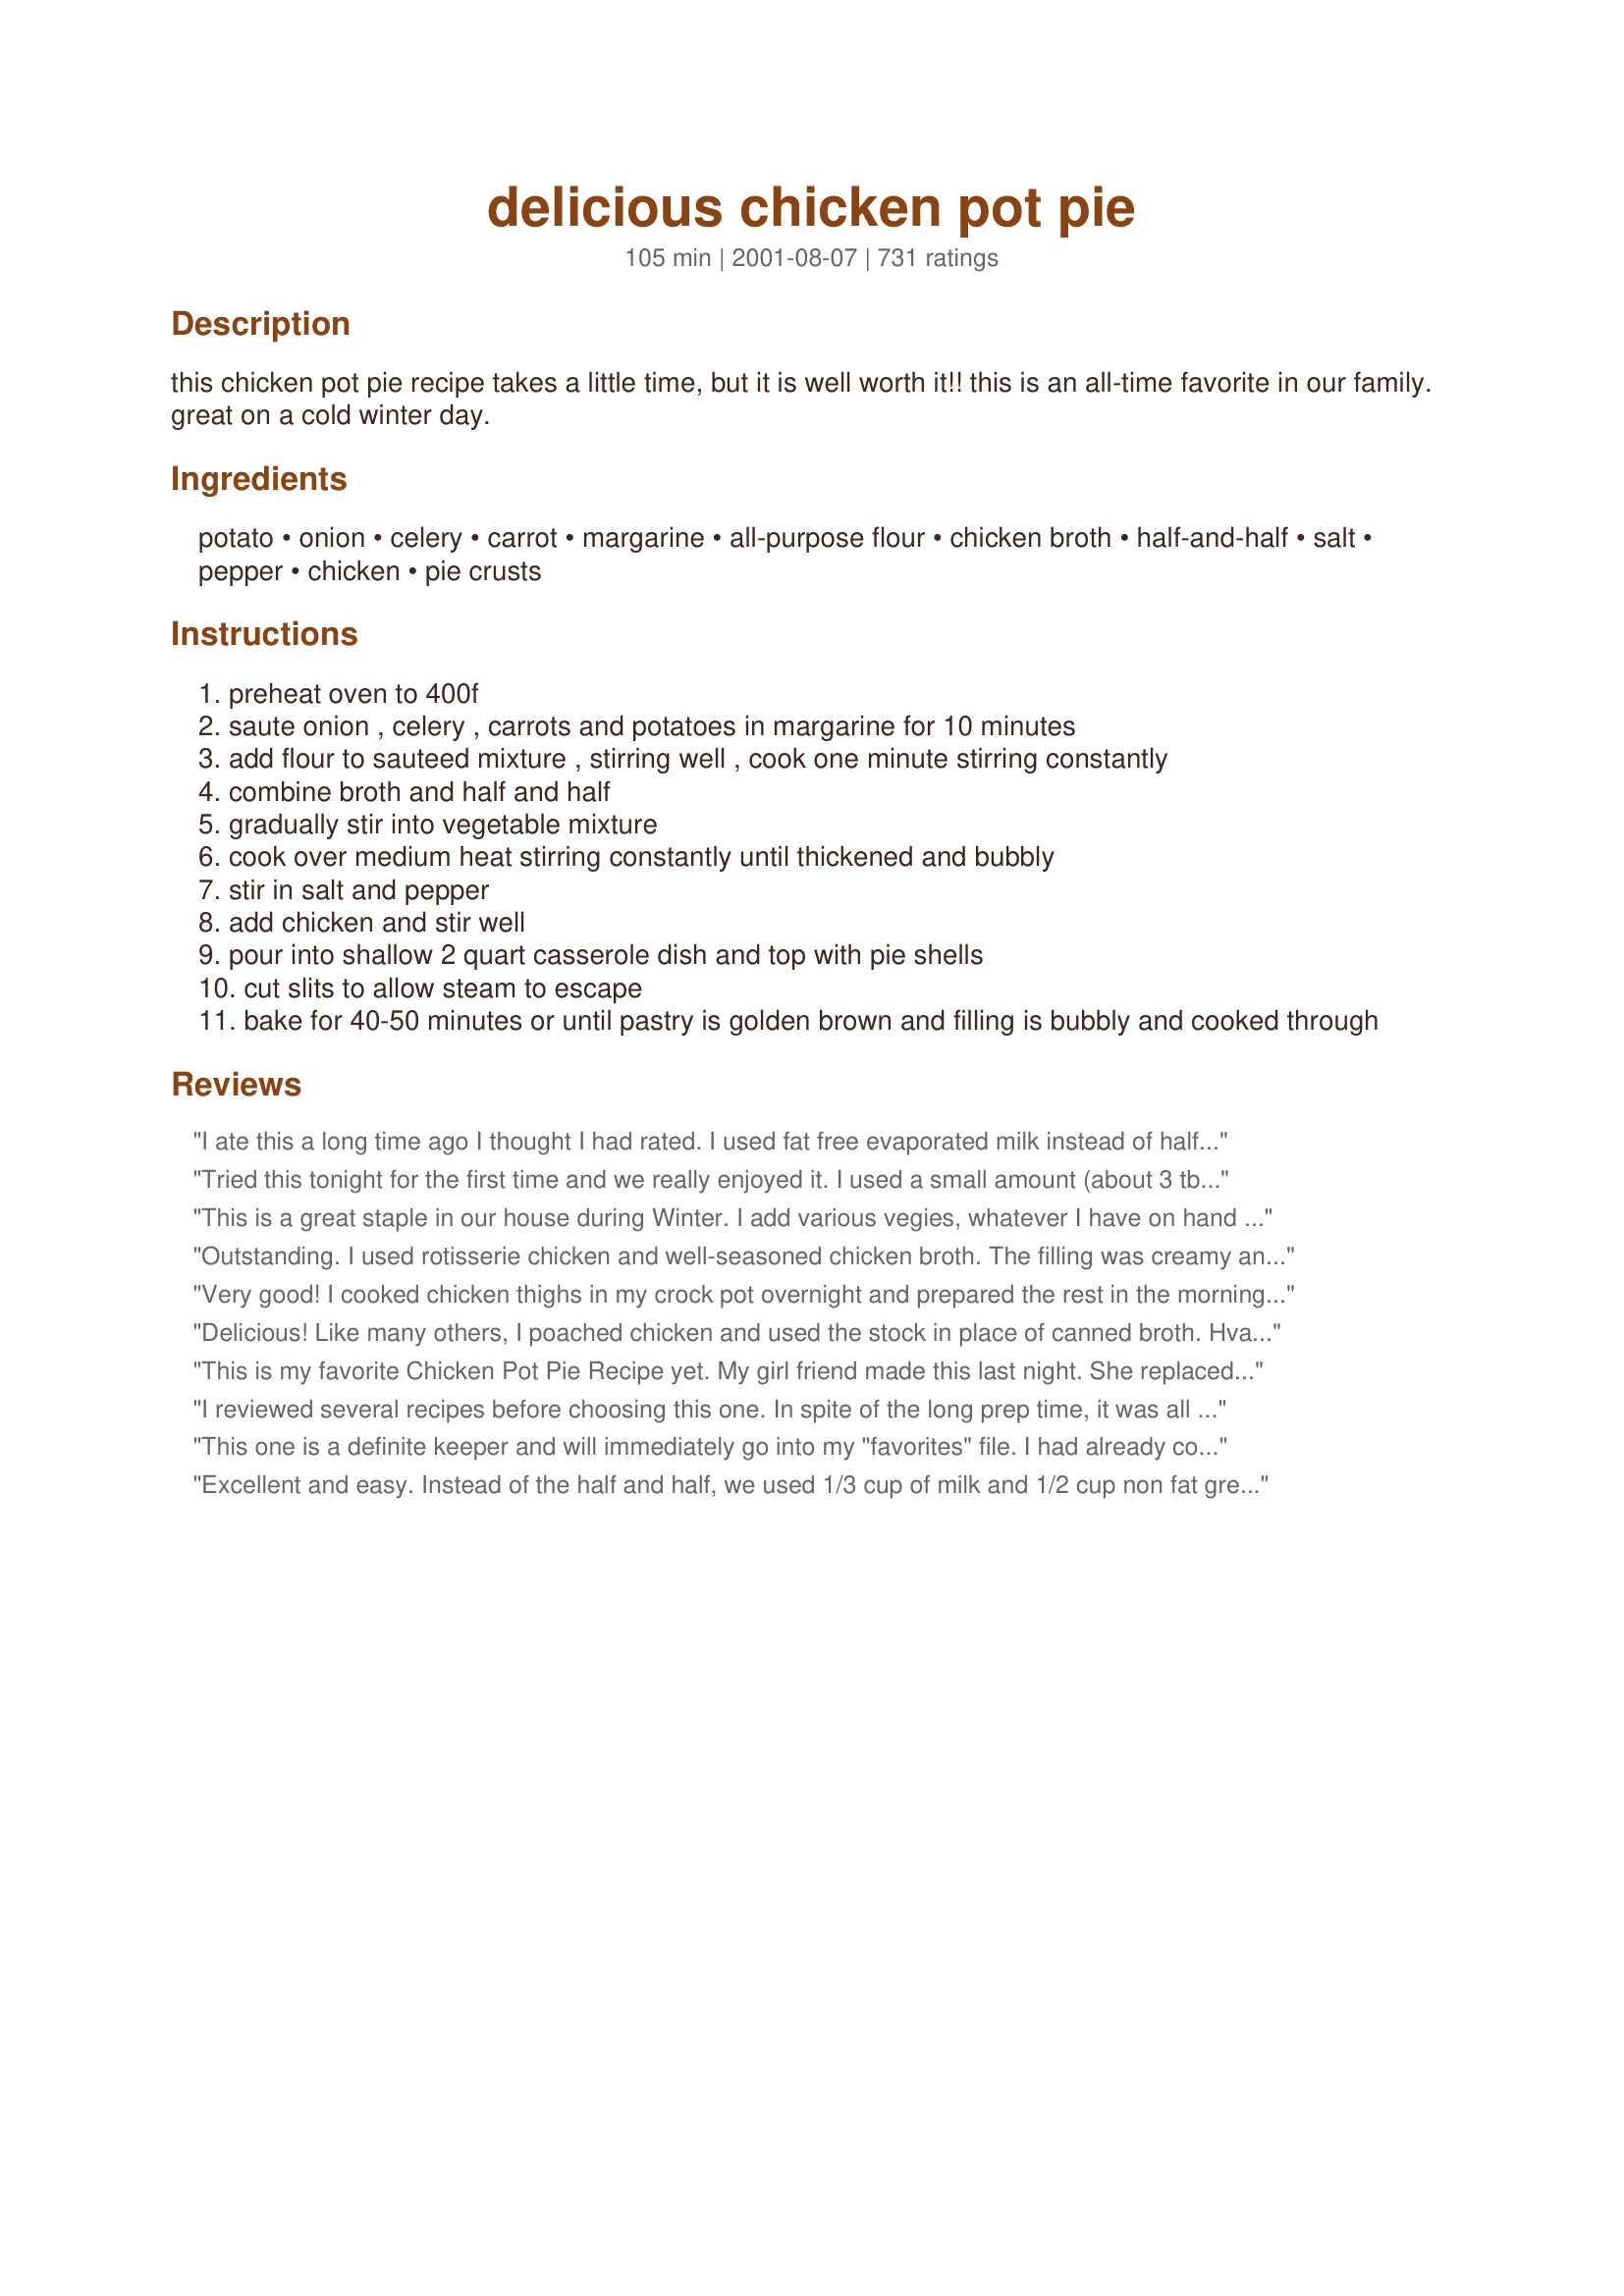
delicious chicken pot pie
Preparation time: 105 minutes

this chicken pot pie recipe takes a little time, but it is well worth it!! this is an all-time favorite in our family. great on a cold winter day.

Ingredients:
potato, onion, celery, carrot, margarine, all-purpose flour, chicken broth, half-and-half, salt, pepper, chicken, pie crusts

Steps:
preheat oven to 400f
saute onion , celery , carrots and potatoes in margarine for 10 minutes
add flour to sauteed mixture , stirring well , cook one minute stirring constantly
combine broth and half and half
gradually stir into vegetable mixture
cook over medium heat stirring constantly until thickened and bubbly
stir in salt and pepper
add chicken and stir well
pour into shallow 2 quart casserole dish and top with pie shells
cut slits to allow steam to escape
bake for 40-50 minutes or until pastry is golden brown and filling is bubbly and cooked through

Reviews:
I ate this a long time ago I thought I had rated. I used fat free evaporated milk instead of half and half. 1/2 the chicken , and added garlic, thyme and marjoram It is very good but I had to cut fat content because of my gall bladder.
Tried this tonight for the first time and we really enjoyed it. I used a small amount (about 3 tblsps I think) of canola oil instead of margarine and fat free evaporated milk instead of cream. I also added a sprinkling of oregano, basil and garlic powder. I bought a package of frozen puff pastry and used that on top. Will definitely make again.
This is a great staple in our house during Winter. I add various vegies, whatever I have on hand at the time. I usually make the filling and we eat that with rice, then with the leftovers I'll either make a pie or add a bit of peanut butter, soy sauce, sweet chili sauce, curry powder, and coconut cream to make it into a creamy chicken satay. Very versatile and lovely! Thanks for sharing!
Outstanding. I used rotisserie chicken and well-seasoned chicken broth. The filling was creamy and nothing but delicious. This was much easier to make than my gran&#039;s recipe and tastes just as good (maybe better). My fam and I love comfort food and I will definitely make this again. Thanks for sharing this recipe.
Very good! I cooked chicken thighs in my crock pot overnight and prepared the rest in the morning. Having grown up on Swanson's chicken pot pies I craved that creamy filling. I couldn't resist the temptation to add half a can of cream of chicken soup. It's tasty either way but I just was having one of those childhood memory moments:) The family loved it.
Delicious! Like many others, I poached chicken and used the stock in place of canned broth. Hvae made this for company & gotten rave reviews. Thanks for sharing!
This is my favorite Chicken Pot Pie Recipe yet. My girl friend made this last night. She replaced the Onions and Celery with Broccoli and Sweet Corn. This was absolutely delicious â€“ as the name promises.
I reviewed several recipes before choosing this one. In spite of the long prep time, it was all worth it. I used shallots sliced very thin, and no potatoes since I didn&#039;t have any. I added fresh rosemary which added a lovely, savory flavor. It was absolutely scrumptious and photo worth!
This one is a definite keeper and will immediately go into my "favorites" file. I had already cooked the chicken beforehand so putting this together was a snap. I added some frozen peas into the veggie mixture when cooking. This turned out perfectly...thanks!
Excellent and easy. Instead of the half and half, we used 1/3 cup of milk and 1/2 cup non fat greek plain yogurt, it was delicious. We also added mushrooms and frozen peas. We thought we had too much filling so left some out but when i do it again, I will go ahead and pack it on .. Definitely a do-over! Looking forward to my leftovers at work tomorrow!
This was SO yummy! Perfect for a cold day. I boiled chicken with a couple of carrots, some onion and some celery while I was chopping & sauteing the rest of the veggies. I used that broth and it came out perfect! Hubby and I scarfed it down and can't wait for left overs tomorrow! Thanks Vincy!!
There is nothing else I can add to the above reviews. DH couldn't get over how good this was. Superb taste and texture. This will become a regular in our house! Thanx!
This was absolutely delicious. It really was not much bother to make. I left out the diced potatoes because I served it with mashed potatoes. I also added some frozen peas to it. Thanks for a great recipe.
Okay, this is a true keeper indeed. I was looking for a really good &quot;comfort food&quot; dish to take to my dear elderly neighbors (he&#039;s quite ill) and came across this. Oh! Just a warm big fat pie of love! The one change I made: subbing a diced sweet potato for the white potato. Don&#039;t laugh! I had to do it, or run to the store. And surprise: it was fabulous! I omitted the carrot, so the sweet potato gave the needed color, and the taste was wonderful. great recipe!
I have made this a handful of times in the past year and have been meaning to review it ever since. Each time I have made it, someone asks for the recipe. While it takes a bit of extra time, it isn't overly complicated. Anyone out there, wanting to try this, go ahead and give it a go! Fabulous!
Thanks for such a delicious recipe, I as other raters added peas & mushrooms - yum.
I though this recipe was great! I did add some basil and thyme which I saw in another persons review. My husband thought it smelled heavenly. I will definitely make this again.
This is our favorite zaar recipie! I have made this several times(about once a month for about a year now) We love to use a pre-marinaded chicken from the store, cooked up, and use the wonderful leftovers for this! I think my favorite variation is to add in 1cup of chopped fresh asparagus! Thanks for posting!!!!
Fantastic!!
This is the best pot pie I have tasted! Love it, Love it , Love it!
This is the best all natural chicken pot pie ever. Had to review it!! Even though I saw all of the great reviews I figured for me it wouldn't come out good. Thank God I was wrong. Delicious! I substituted the fresh carrots and peas for a assorted veggie frozen bag. Still was great!
Made as written except a few more potatoes. Very good, added to the keeper list. Only baked about 18 minutes until refrigerated crust was done. Thanks :)
For the most part it turned out great. Next time I'll cut back on the salt and add a pinch of cayanne pepper.
The pot pie turned out GREAT! This is the best recipe I have come across in a long time! I added more potatoes and carrots than called for and I also added frozen peas. It was soooooo good! This will go in my permanent file.
Loved it! We followed the recipe exactly and wouldn't change a thing. Thanks for posting this!
Very, very good. I found it extremely easy to prepare and the taste was wonderful. I will be making this on a regular basis since my kids actually cleared their plates. Thanks for posting.
I was looking for a recipe that didn't have canned cream soup in it, which I don't care for. This is a great recipe, I've made it numerous times. I do now add a few extra seasonings for our taste, but it's a perfect base recipe that you can add what you like, and what you have on hand.
HOLY CANNOLI THIS IS GOOD!! I followed the recipe exactly except I substituted butter for marg, and added some more spices like garlic powder, thyme, marjoram and rosemary. I also added a cup of leftover canned peas and a cup of canned corn. I used two huge chicken breasts that I simmered in chix broth and bay leaf for an hour. I used boxed pie crust mix and glazed it with a beaten egg before baking. PHENOMENAL!!!! I'm eating some leftovers right now. Thank you tons!
Wow. Just Wow. 

I saved some prep time by buying celery and carrots that were already prepared and by leaving the skins on the potatoes. Cut the prep time down to about 45 minutes.

I used a store bought crust because I had one that needed used.

This was my first chicken pot-pie but it won't be the last. Next time I am going to add peas and corn to the mix. 

Thank you!
I made this according to the directions, other than adding some savory and dried parsley when I added the chicken. I also used only 3/4 of the filling and a bottom and top crust in a 9" pie pan. I'll use the other 1/4 with some biscuits or something another night!
It was really very tasty - one of the best pot pies I've ever had. I added extra potatoes, so it was a little on the dry side. Next time I'll add more milk and broth so it's creamier.
All in all, a very solid recipe. Thanks!
I was craving chicken pot pie last night and made this recipe. I shredded a rotisserie chicken and used pre-made pie sheets. I followed the recipe exactly with the addition of a little garlic powder and it turned out magnificent! It was enough to fill two pies. I ate one last night and froze the other. I will definitely be making this again!
This is an excellent recipe. I cut the fat a bit by using liquid butter buds in place of the margarine and milk instead of half and half. Still great! Thanks for posting.
The only thing that I can complain about is that now I have to make this instead of buying from the store. It seems we have to have these in the freezer at all times! They are truly DELICIOUS! I have made the smaller versions, larger pies and frozen the filling to thaw and make when requested which is often!
Wow! I've tried a bunch of recipes here on the zaar, but this is far and away the best thus far. I stuck to the recipe exactly and I'm so glad I did! I used three chicken breasts that I baked before hand and chopped up on the cutting board. This was perfect. In all the food I've reviewed on this site, I've been pretty stingy -- this is the first time I've rated anything a 5! Thanks for this amazing pot pie recipe, Vincy! This definitely goes in the keeper category!
This is such a great recipe! I halved the recipe, putting it in an 8x8" pan, and I baked it for about a half an hour. I also made my own crust and it was absolutely delicious! Thanks for the wonderful recipe!
Great recipes. I liked it because it had vegetables in it my kids would eat. It was gone within minutes. It&#039;s a keeper.
I had never made a Chicken Pot Pie and chose this recipe to use as my first. This was absolutely wonderful with excellent flavor. I cooked the chicken on the George Foreman Grill. I used a boxed pie crust mix, and it was prepared before too long. DH loved it and was happy there were left overs. Thanks for sharing this great recipe.
WOW! This was so easy and good. I changed the servings to 4 using the calculator, which made one very full deep dish pie plate full. I used frozen corn, beans & carrots and added a can of mushrooms. Threw in from thawed turkey leftover from Thanksgiving and it was done. My husband called it one of my "best" new recipes this year and a definite keeper.
Excellent recipe!
I didn't have carrots, but instead I added mushrooms and green beans. Turned out awesome. Thank you.
I have made this chicken pie twice now and it is absolutely fabulous. My sister, who is a gourmet cook is coming in to visit me in October and I will be sure making it for her. I am sure this will be one of her favorite recipes.
This was my first time making chicken pot pie and it was delicious! I made it for my husband who couldn't get enough of it. I usually don't really like pot pie, but even I really enjoyed this one. Definitely great comfort food! Thank you for sharing this recipe.
I used frozen peas and carrot mix for the veggies. What a great pot pie! This will be made many more times because my whole family really loved it!
My kids loved this! It was relatively easy, I've had more time consuming recipes, so I loved it.
This was sooooo good! I'm not a fan of celery so I used green peas instead. I also used butter instead of margarine. I will definitely be making this again!
Yummy!
I have just made this recipe for probably the tenth time (not in a row) ;) This is by far one of my favorites. This was my very first and last Chicken Pot Pie recipe. It is amazing!! My husband is pretty picky when it comes to eating veggies, but he definitely likes this one. The prep and cook time are a little much...but trust me.. you WILL NOT be dissapointed. Going off of other reviews, I agree that there is a lot of liquid, but we prefer a messy and oozy Chicken Pot Pie :D I often add a bit extra of each veggie and some extra chicken and that usually evens out the consistency. Oh, and the one change that I made to the recipe is to use one pie crust on top, and one on bottom. I will be using this recipe for years and years and years to come. Thank you Vincy Bramblett for sharing!! :D Definitely give this recipe a try, it will be worth it!!!
WOW!!!!!! This is the best chicken pot pie DH and I have ever had. I love that it doesn't use a can of cream of chicken soup!! I did leave out the onion. I froze half the filling for another night since it's just the two of us. Great recipe!! Thanks for a keeper! I'm telling everyone about it too!
Wow. I have to admit, I was a little skeptical, because we only keep skim milk in the house, but the mixture thickened up beautifully! I also boiled the chicken with some seasonings and used that as the broth. It is still in the oven, but I tried the mixture before I put it in the pie crusts and mmmmmmm. Very Yummy~
This is fantastic! I only wish I'd doubled the recipe because it got eaten so quickly. Thanks!
Very good. My picky son said, " This is really good!" with a surprised tone. I doubled the recipe and used a roll out dough for the top. It didn't have to cook the 40 minutes (everything is cooked before its put in) so I just cooked it for 20 minutes at 450 to get the pie crust done. Definitely sticks to the ribs and is a keeper!
This was the best pot pie I ever made. Thank you.
Excellent recipe- I omitted the celery (did not have any) and added frozen peas. I also topped it off with 1 sheet of thawed puff pastry over the top instead of the pie crusts. I will make this again and have shared it with others. Thanks
Fabulously creamy and good! I used about 1 1/2 cups of all the chopped vegetables and added more salt and pepper. The whole family loved it and I felt proud to serve this dish. Thank you for a winner dinner :)
Delicious!! I added some peas and mushrooms, used milk in place of the half and half, and put one crust on the bottom and one on the top. It turned out beautifully! Thanks for posting.
This was SO GOOD. I used a rotisserie chicken, added 1 cup of frozen peas, sauteed the veggies in olive oil instead of butter, and added poultry seasoning and McCormick garlic and herb chicken seasoning. It made way more than enough for a 2 qt casserole, so I put the rest of it in a loaf pan and used one pie crust for the casserole and one for the loaf pan. It is AMAZING. I think next time I'll use 1% milk instead of half and half just to be healthier...but it is delicious!!!!
this was very good! I used green beans, corn, carrots, and potatoes. I was to die for, I made twice the filling to freeze the second half to eat later in the month. My go to recipe for pot pie!
Excellent!
DELICIOUS!!! Made it tonight and wouldn't change a thing, DH said, Put this in the keeper list! Thanks for a great recipe!!!
Very good. I, personally needed a few fresh herbs and such so I added fresh thyme, a little garlic and some sherry. Otherwise, I followed the recipe as written. Oh, I also used latticed puff pastry instead of pie crust as I had it already in the freezer. Great comfort food on a cool spring evening.
I made this for the filling only,already had crust made from scratch and had it in the freezer. I tasted the filling before filling the glass pie pan and had a down home taste that reminded me of my grandmothers in Kentucky back in the 1960&#039;s.
Scrumptious and easy! I tried making a different chicken pot pie a few weeks ago and that one had nothing compared to this recipe. Just some alterations we used due to personal preference and convenience...We used one broccoli floret chopped up instead of potatoes and threw them in after we sautéed the other veggies. We didn't have half&half so used cream instead. (Obviously not as good for you, but tasted amazing in the pie.) We used a store bought rotisserie chicken and shredded it ourselves. And for the crust we used puff-pastry which was just amazing. We lightly brushed it with a beaten egg before placing in the oven. We cooked it for about 30 minutes and it was perfect, but this was probably because we used 2 smaller casserole dishes (oppose to one big one). Thanks for the the recipe!!
Not like this needs another review, but what the heck! This was SO GOOD! And I thought it was very simple to make. I followed the recipe to a tee, and it was perfection for everyone in my family. Next time I would omit the potatoes, increase the carrots and add green beans in place of the potatoes. It was delicious with the potatoes....just with the crust and the creamy roux sauce, it didn't seem to need the extra starch of the potatos. However, if you don't care about that....keep the potatos! Thanks for a great recipe!
I can't say anything that hasn't already been said. It IS delicious!

Thanks!
This was such an amazing dish! Because I needed to use them, I also added 1 cup of diced mushrooms and 1 cup of peas. I also used half butter and half olive oil. I boiled the chicken in chicken stock with a bay leaf, and then, after removing the bay leaf, used that for the 2 c. stock. I taste test throughout the cooking process, and decided it needed some additional flavor; just me I guess.
I added 1 tsp. origional Mrs. Dash, and 1 tsp. garlic powder. All the extra time is sooo worth it for this dish and I love that it uses all fresh ingredients rather than canned soups. This was a huge hit with the hubby and another couple; there was nothing left. Thanks so much for a wonderful recipe that I'll use over and over.
I made this for my sick husband...comfort food when he had a bad cold. I used my pie crust recipe, omitted the carrots (he hates carrots and since it was for him...), added some frozen green peas and I added 1/2 tsp poultry seasoning. I had leftover roasted chicken from the night before that I cubed and added. Best chicken pot pie I've ever made.
Thank you so much for sharing such an easy and delicious recipe! I made this in the evening for my in-laws and by the next morning there was nothing but crumbs in the dish! I added green beans and opted out of using onions and it still tasted great. - desifoodi
Kids loved this!
This was the most amazing Chicken Pie we've had!! After reading the previous reviews that it seemed a little on the bland side, I added a few things to perk up the flavour. Sauteed about 1 tsp of garlic paste with the vegetables, and added 1 tsp parsley, 1 tsp oregano, 1/4 tsp of paprika, 1/8 tsp of nutmeg and 1 tsp of chicken powder (added this one time, and left it out the second time..) . Also threw in some bell peppers and mushrooms. This went straight in my favorites folder!! I may try it with puff pastry also next time instead of pie crust.. just to experiment :) Thank you for an amazing recipe!!
I made this for dinner tonight and we loved it! I added peas and mushrooms to the recipe.
I usually make the Marie Callenders Pot Pie, but this one was even better tasting.
Thanks for sharing it!
SOO Yummy! This was so good and rich, will make again!
I made the delicious chicken pot pie #10744 it was the best we have EVER eaten. I made individual pies and had the shell done with the puff pastry as well as the top, it was fantastic even the shell was crispy, I did just as the receipe said and did not need to add more cheicken, I was so proud it turned out as fantastic as it did, thank you .
This is a 5 star receipe for sure.

Wendy
My DH really liked this! What I liked about it is you can probably put just about any veggies in there you like. I listened to others about cooking the chicken in the broth, and adding garlic and poultry seasoning, even still it was a bit bland(my own fault), but nice and hearty.
EXCELLENT! Best pot pie I've ever made. I left out the potato, just cause I didn't have any and used 2% milk instead of half and half. I also used the biscuit top recipe for it from recipe # 26846 instead of the pie shells.
Clearly a winner... I love any chicken pot pie recipe that does not call for store bought cream of chicken soup. I loved the creamy sauce with this recipe. I used all frozen veggies (corn, green beans, carrots, peas, celery and onion mix). The potatoes I used were whole potatoes in a can. I also used chopped dried parsley. Thanks for the recipe! Def' making again.
Had a craving for pot pie & I chose this recipe. Really fantastic! I did add some fresh thyme & rosemary, other than that followed to a t. I used puff pastry (top crust only) and it was perfect!! I generally hate the crust of pot pie so this was just the ticket. Thanks, Vincy - we enjoyed and will make again!!
This is by far a superior recipe for chicken pie than any other I have come across. It is also very versatile, almost any vegetable can be added to give slight variations each time it is made, I threw in a handful of chopped mushrooms. It is also a great way to use up leftover chicken after a sunday roast along with all those vegetables you aren't quite sure how to use up. Highly recommended.
Much, much better than any pot pie I have made with a can of cream of chicken. Really loved the creaminess and how thick it was. The only reason I gave it 4 stars instead of 5 is because it was a little bland for my taste. I tasted the mixture before pouring it in the dish and added sage, thyme, and rosemary for some flavor. I used a rotisserie chicken which was the perfect amount and shredded it...soooo good!! It makes a lot. Really tasty.
This was to DIE FOR ! Prepared as is, I already had 4 cups of chicken thigh meat. But this was soooo easy to prepare, literally from start to oven was 40 mins? And if you use regular soup bowls, the Pillsbury crusts placed in the bottom of the bowls and then filled with the mixture will wrap over and leave just enough space for the steam to escape. Thank you so much Vincy for a taste of my childhood.
Made this tonight for my mother for dinner and OMG was it delicious!! She made a homemade crust for it and I did the rest. I added some green peppers, garlic, and peas along with everything else it called for (trying to use up some veggies I had left over from a veggie plate from a previous get together). This is truly the best pot pie I've ever had. Thanks so much for sharing this recipe. I will be making it many times more.
I just reviewed it but forgot to add what I've changed. To speed time up a little bit. Just add in frozen mixed veggies (corn, green beans, carrots, ect.) I add that in after I sauted the onions and garlic for a couple of minutes. I do 16 oz because I have 5 mouths to feed. I cut up potatoes and stick them in the microwave for a couple of minutes just to make sure they were soft and tender. I also add another cup of chicken broth to make it a little more creamier. My hubby doesn't like it too thick. Thanks so much for posting this recipe. Will never use another chicken pot pie recipe again!!!
This pot pie was fantastic. I had cooked a whole chicken in the crockpot the night before so I had some homemade chicken broth and I added some bouillon so I had enough. I also added frozen peas some thyme and parsley. This was a little time consuming but so worth the effort. I will definitely make again.
This was so good! Chicken Pot Pie is definitely a comfort food of mine and I have never made it before, but found this recipe quite simple to make and it was so delicious. Hubby loved it as well and his exact words were, "This is awesome!" I did cheat by not cutting up veggies and instead used a bag of frozen veggies. I will defintely be making this again. Thank you for posting.
Excellent meal! This is going to be a new staple for us. I used only half the amount of carrot and celery and used equal amounts of spinach and broccoli which turned out fantastic.
Family LOVES this one! My sis picks out the 5 oz of frozen peas I added - she has a phobia from childhood - LOL. But the creaminess was awesome, the texture wonderful. I added some Herbes de Provence to kick up the flavoring a bit and used 2 refrigerated pie shells - couldn't tell the difference from a hand made crust. This one's a winner and a keeper! Thanks Vincy!
This was my first chicken pot pie and I was so happy with the outcome. It truly does stand up to its name as it is delicious. I made the following changes: added 1cup frozen peas, 1/2 cup chredded chesse, 2 tbls real bacon bits. It was so good. Highly recommend this recipe.
As I was making it, my teenage daughter kept on saying, "I might make something else if I don't like this." Well, she LOVED it! I added peas (which she doesn't like, but everyone else does) so she ate around those - but had two helpings! Used Mean's pie crust from someone elses suggestion - SO GOOD!
This is soooo good! My husband loved it and he's not one for pot pie and pretty picky. I used more potatoes and accidently put in 1/2 tsp pepper. We really like it with the additional pepper though. Also, next time I make it I'll cut back the flour to 1/4 cup. I thought the filling was a little too thick. I let my filling sit a little while before baking it and it wasn't very creamy. I was a little confused on the crust and just put it on the top. Next time I'll put it on the bottom and top.
Oh my gosh! This was so good. The best home made meal I have ever made. Great dish. Time to make was not to bad. I double the recipe and made to at one time. My family is not a fan of onions, so I doubled the potatoes, and added a little more salt. With a home made pie crust. Soo good. Thanks so much for posting. A fantastic family meal!!!!!!!!
Ok, so I'm #36! This was comfort food extraordinare. I cooked two chicken breasts w/ a little garlic salt and butter and added green peas. I used a crockery-type pie plate and put one crust on the bottom and one on the top; I couldn't tell by directions if two were meant to be put on the top. It turned out beautifully. It was definitely a keeper in my house. Thank you for a wonderful recipe!
Delicious. A keeper for sure.
It was delicious but if I would've followed the recipe exactly as it was it would've been bland. I don't measure things. I'm like Rachel Ray, a little this, a little that and I continually taste to make sure everything's flowing. I had to add a lot more salt and pepper and I also added a little garlic powder, paprika, and poultry seasoning. I only had heavy whipping cream on hand so I used 1/2 cream and 1/2 2% milk. Oh, I cut my time in half by using a rotissierie chicken from the deli. While the veggies were sauteeing I deboned my chicken. I had dinner ready in a snap. One more thing...I'm not much of a pastry chef so I used a store bought pie crust and brushed it with an egg wash prior to baking. This is a great chicken pot pie recipe but it does require a little tweeking...to your liking. I think next time I'm going to try making it with fat free evaporated milk to cut back on some fat and calories. This one is definitely a keeper.
Amazing! I made this last week jd am making it again this week it was such a hit! Even 4 toddlers loved it! I added poultry seasoning, garlic powder and a packet of low sodium chicken gravy and it&#039;s seriously the best thing I have made in a long time! Also added a tiny bit of white wine and let it reduce before the chicken broth. At he very end added a cup of frozen peas and corn. Full of vegetables and tasty!
Our family loves this recipe and I get lots of requests to make it. Thanks for a great recipe!
I use this recipe to make my famous &quot;chicken pie no pie&quot; and we eat it on rice or egg noodles. Amazing and worth taking the time to make it.
I made this in individual servings. It was very good. he gravy was execellant.
My kids loved this and my brother in law! It was really good even two days later for leftovers. Ty for posting this. Can't wait to make it for my hubby.
When I told my hubby that I was going to try this he warned me that he only likes Mary Calander's. After he tried what I made he said that this recipe may be just as good, if not better, than Mary's!!! 

Husband approved :o)
UPDATE: Added 3/4 C white wine and a couple of tbl of fresh herbs (sage / rosemary / thyme) Added the herbs after putting in the broth and half and half. Seems perfect this way. Original: I made this last night. Everyone liked it. Thanks to the other reviewers got some ideas and added some poultry seasoning, thyme, and rosemary to the chicken and then baked it. My husband said I should have also added a bit more of the same seasoning to the pot pie mixture. Will do that next time. One other reviewer also said a bit more liquid is good - and she used white wine. I am FOR SURE doing that next time too. We used homemade crusts - also from this site. I will for sure make this many times again. Thanks for posting! PS -- be extra sure to add extra liquid if you are going to have left overs. Our left overs had very little sauce and was very thick...
Good Chicken pot pie but very thick. It does take a bit of time but worth it.
I thought this turned out really well. After reading the other reviews, I did use poultry seasoning before baking the chicken. I still thought it could use a bit more flavor, maybe adding more chicken stock. Overall this was a great recipe.
Great receipe! I have made it several times and it's always a hit!! I do add a little small can of sweet peas.
Excellent recipe. I am sure you could put almost any vegetable in here. It is a little rich, but it is great comfort food. Very thick and creamy.
I added petite peas and used yams in place of the potatoes, which added a little sweetness. Turned out excellent!
Only change I made was adding cream of chicken :) very yummy.
Made this for dinner tonight and it was fantastic! Took a lot of time to prepare, but it was worth it. The filling thickens up nicely and the taste is awesome. Only change I made was to leave out the celery and added some frozen peas instead. Thanks, Vincy!
Awesome meal!
Hi Vincy, I have never made a chicken pie before and I made this last night for dinner. Because we try:-) to stick to a low fat diet I substituted low fat ingredients where I could so used filo pastry and omitted the butter. It was still wonderful and I am going to make this often, my husband loved it. Thanks you, Glen
Wow! This is really good! I used a large potato, 2 stalks of celery, two carrots, and a small onion. My sautee time was closer to a half an hour, and I cooked my chicken in 3 cups of chicken broth and a bay leaf. I then strained the broth and used it in the recipe. I shaped one pie crust to fit over my 13 x 9 pan. Excellent!
What a great recipe! My husband is not a big fan of chicken, but he loved this, and so did my kids. Very easy to double and highly suggested.
I didn't read the reviews before I made this, so I'm reserving judgement for next time I make it (with spices!).<br/>I thought it was extremely bland, but my boyfriend loved it. Next time I make it I will probably use seasoning salt, paprika, garlic and onion powder, basil, and maybe a pinch of chile or cayenne pepper. <br/>Great way to use up leftover turkey or chicken!
Great recipe... tweaked it a bit... Try it. Added mushrooms, garlic, parsley and used 1/2 c. fat free Half and Half along with full fat. Added a bit of seasoning salt, used olive oil with lil butter to saute veggies(heart healthy), and used puff pastry instead of pie crust. YUM!! 3 kids and hubs went back for seconds and thirds... Thanks for the basic recipe. I may try lil white wine mixed with the broth next time.
Love this recipe! Still wanted to make it, but low-carb. So I used cream cheese instead of flour and half and half milk. No crust of course. Super!
I like recipe and made slight adjustment, peas and made crust with biscuit mix. I am cooking this again tomorrow 2/11/17 for lunch.
This was the best chicken pot pie we have ever eaten. The only difference I did in making this, was filling ready made pie crusts with the filling and then unrolling the Pillsbury pie crust on top. It was awesome! We will definitely be eating this again! :)
I decided to give this recipe a try after seeing how many wonderful reviews it got. Well, let me just say that it deserved them all, and then some!

The only change I made was to use evaporated milk instead of half-and-half (mainly because that's what I had on hand).

This is a great recipe, one I'll definitely be using again and again.
Thanks, this was great. As I did not have any potatos on hand, I used sweet potato instead, and loved it. I'll make it that way every time. Also, to cut back on fat, I substituted low fat evaporated milk for the cream. Thanks for the recipe.
Really great potpie! I cut back a little on the celery & onion and added chopped mushrooms & peas. I also added a little parsley, basil & a decent amount of garlic salt. When I was ready to pour it into the dishes, I felt mine had turned out a little too thick and so added some more half and half as well as chicken broth to make sure it wouldn't dry out too much during baking. I used rotisserie chicken and also used store brought pie crusts and only needed to bake it for 30 minutes. Very versatile & easy!! Thanks!!
As if this pot pie needs one more review! The only thing I wanted to add is that I use a store bought roast chicken for the meat which gives some white and dark meat and I feel it really needs some herbs for the best flavor--I add 1 tsp of garlic powder, thyme, and rosemary and to me that makes it perfect! I have made for family and friends and everyone loves it.
Amazing recipe. My new favorite pot pie. I used 2 cans of canned chicken breasts (YIKES!!) because I didn't have any fresh chicken breasts and it worked great. It made it even easier and it tasted awesome. Next time - I'll double it and freeze the middle for a quick weekday meal.
Good I will make again.
Loved it! Family loves it. Thank you!
This was my first time cooking chicken pot pie from scratch. I thought it was delicious. Shared with my neighbor who was equally impressed. Thanks for sharing!!!
Thank you, thank you, thank you! I agree this is the tastiest pie I've ever made. Even beats out the one from America's Test Kitchen. I made a half-batch, which perfectly fit a regular 9-in pie pan, per the notes of others. I did add a bit more chicken broth to get the filling a bit more to my desired consistency..and a dash of thyme, wine & "chicken rub", but even without these modifications, it's a perfect recipe. I now have that other frozen pie crust in the freezer and am going to make for a sick friend. Boy, are they in for a treat!
Husband said it was best pot pie he has EVER had. I homemade cut-out buttermilk biscuits to put on top instead of pie crust. Very good. The filling I made exactly as directed. Yum. Will make again and often!
My husband loved this when I made it. It's a common request from him now. It is a bit time-consuming, especially since I make my own pie crust dough, but it's soooo good! The dish I use lets me use one pie crust on the bottom, then fill it with the pie filling and cover it with the second crust. I wish my picky little guy would eat it, but it just leaves more for us. I sometimes add more potatoes because it's my favorite, and use 1/4 cup whole wheat flour and 1/4 cup all-purpose flour for the pie filling (I always am trying to sneak in whole wheat flour; used it to make the pie crusts too!).
Delicious and straight-forward. Make sure you thaw the pie crusts ahead of time.
This is a great recipe. The flavors and textures worked out wonderfully. I need to experiment with portions to make it work in a 9x13 pan - too many in the family for a pie tin. I doubled the potatoes and sauce. This was a good amount of meat/veggies for the pan but was too much sauce. Next time I&#039;ll try 1 and 1/2 of the veggies/meat and the single recipe for sauce.&lt;br/&gt;.&lt;br/&gt;In place of pie crust, I stole another food.com recipe. 2 cups bisquick. 1 cup milk. 2 eggs. Pour 1/3 on bottom of pan. Bake until slightly brown. Add pot pie ingredients and cover with bisquick mix. Bake for 30 minutes. That works out great and it&#039;s cheap and easy.
Well...This recipe did give me a couple of issues. I made 2 pies (9 inch) I had to search thru the reviews to see about the bottom crust because the recipe missed the bottom crust--how many pies?.
Next time, I will follow the other posters and do a 9 x 13. i ended up using only a top crust. The pies were cooked on a cookie sheet....what a spillage! They were busting with gooey-ness! I did add mushrooms/peas. Mmmm. Turned out wonderful. I used a store bought crust. Next time I will make my own crust. Thanks!
Best pot pie ever. I modified the recipe slightly, I used 1/2 cup butter, 2 1/2 cups broth, 1 cup milk instead of the half and half, and added 1 cup of frozen peas. I also subbed leeks for part of the onions.
no doubt the best recipe i have come across for chicken pot pie
Never made chicken pot pie before, this was just wonderful. I did also add peas as some others did, and I used heavy cream as that is what I had on hand. I will be making this often with leftover chicken. I too was puzzled with the two crusts and no instruction for bottom, but I did use one on bottom as other reviewer and it was awesome. Thanx for a new experience for me and the results were fabulous!
Wow! This is very yummy! I made it just as stated and used homemade pie crusts. It was to die for! Next time I'm going to double it so there is plenty left over (I have two teenage boys who eat a lot). Thank you for sharing such awesome comfort food!
My husband couldn't stop raving about this pot pie. I basically doubled all the ingredients and make one pie to eat, and another pie to freeze! Used Kroger's frozen double-crust pie shells and it was all DELISH! Thanks for sharing the recipe.
What a treat this was! Our guest thought it was excellent and asked for the recipe. The only change I made was to use buttermilk biscuits on top as opposed to two pie crusts (it's what I had on hand), and substituted a cup of Ore-Ida Obrien potatoes from the freezer section in place of the regular potatoe. I cooked all vegetables quite well since I felt I needed to cook it at a lower temperature (375) because of the biscuits. I had the chicken frozen in pieces as I usually buy 2 or 3 rotisserie chickens when they're on sale, then debone and skin them and toss them in the freezer for later use. We will definitely make this again; thanks for posting!
This was delish! I made it with leftover turkey, substituted heavy whipping cream (had on hand), added thyme and a little sage, and threw in some peas in the mixture just before putting in the casserole. We did add an extra 1/2 cup of broth to the mixture as it seemed a little dry (perhaps because we&#039;re at high altitude), and covered the crust edge with foil for about 2/3 of the baking time. Highly recommended!!
Delicious......just like the name says. My 18 year old son has always hated pot pies......until I made this recipe (and the husband agrees!!). I love having an extra one to put in the freezer for later. Not hard to make but it tastes like it was!
Yummy! Need I say more?
Nice comfort food. I used 1% milk and the sauce still came out nice and thick. I also used unsalted butter instead of margarine. I like peas in my pot pie...so I added a cup of frozen peas at the end as well. Yum.
Delish! This pot pie recipe is as good or better than a recipe that I've been using for years. I like this one because it doesn't call for any canned cream soups. (I'm trying to cook less with canned and/or processed foods.) This was tasty made according to the directions, and easy enough to make, but I did have a few comments to add to the reviews. For one thing, I only baked my pot pie for about 25 minutes or less - as the recipe says, it's done when the crust is golden brown and the filling is bubbly. If you set your timer for 45 minutes, you might end up with a burnt crust. I found it took far less than 1 3/4 hours to prepare and cook this. Another thing, next time I will saute the carrots alone in the butter for a few minutes, then add the other veggies. I will also cut the potatoes a bit larger, since they ended up falling apart. "Diced" potatoes are too small; 1/2 - 1 inch are a better size. I didn't peel mine either, and they worked fine. I also added some thyme (just for a little extra flavor), and I used whole milk in place of the 1/2 and 1/2. It was still plenty creamy. One batch of this fit nicely in my Pampered Chef 9" x 9" square stoneware casserole dish. I will definitely be making this again, as the whole family enjoyed it.
OMG! This recipe deserves 10 stars! I thought I had a half way decent chicken pot pie recipe but this one blows it out of the water. Highly suggest!
The best homemade Chicken Pot Pie EVER! I added some broccoli instead of celery. I also added dried sage, rosemary, and thyme for more flavor. This was delicious!!!
I made this last night and it was wonderful my husband who is extremely picky loved it to I made some changes I only put potatoes and carrots in it and used olive oil instead of butter which is healthier and I used fat free 1/2 and 1/2.
This recipe is excellent! I added peas and fresh parsley at the end that worked really well. I have already passed it on to one of my friends that I had over for dinner because they enjoyed it so much! Thanks for posting it.
I've made this at least a half dozen times in the last year. Everyone loves it. I boil (poach?) the chicken in water with half an onion, bay leaf, salt, pepper and poultry seasoning. I shred the chicken after it's cooked and season it with a bit more salt, pepper, poultry seasoning, garlic and onion powders.
I absolutely cannot give this enough stars! I'd give it 50 if I could!!! YUM YUM YUM!!! Only change I make is that I add peas to the mixture, because we love that in our pot pie. My in-laws loved it as well. This may become a weekly staple in our house. I may make a triple or quadruple batch and freeze in smaller portions. THANK YOU for a delicious recipe!!!
Absolutely delicious! This is (IMO) in the top 10 of dinner I've made and it was so easy. I halved the recipe since I'm just cooking for myself and my two children. I ommitted celery and used a bag of frozen peas and carrots. I used unsalted butter to saute and lots of seasoning salt instead of regular salt. I precooked my bottom pie crust and baked at 425 for about 20 minutes. Divine! Will make again and again.
Perfect for a cold, rainy day. It's a bit time consuming, but tastes good. The first time I made this we thought the sauce was on the plain side, so this time I added 1/4 tsp each garlic powder, thyme, and marjoram and will even add a little more next time. I also added 2/3 cup each mushrooms and peas. Thanks for sharing.
This was good on a wintry day. the rest of the family was so-so on it.
This is excellent!!! I poached breasts with backs attached myself so it made my own broth to use in the recipe. I substituted the half and half with 2% milk and it was fine. I also didn't use the crusts recommended, I simply put the filling into a baking dish and topped it with puff pastry by Karen=^_^= recipe #31504 and my family LOVES IT!
Rich and tasty. I added three cloves of garlic to the sauteeing veggies, and I used Recipe # 187734. Classic recipe, thank you!
Awesome recipe, I added peas cause DH said pot pie always has them. I used a top and bottom crust, but it doesn't need it and next time I will go with the top crust alone. This could be a grat make ahead recipe for company and camping, will make again.
Incredible!!
Made this last night for dinner and it received an A+++ from my family. This is much better than any store bought chicken pot pie. I substituted garlic salt for regular salt and used a top and bottom crust. This recipe has 194 top ratings for a reason. I am happy to add another! Thanks, Vincy!
I had to ask a stupid question:LOL: but the chef was kind enough to get in touch with me:) Thanks!

WOW! This is a wonderful recipe! I don't know if I'll ever need to try another version after this. I didn't really "measure" 1 c of all the veggies and baked off 4 large boneless chicken breasts seasoned with Paul Prudhommes Chicken seasoning and used store bought pie crusts. The sauce was excellent, you could even eat it as a cream of chicken pot pie soup if you cooked the veggies a bit longer:LOL: As soon as I tasted it I knew this would be getting 5stars=) I did throw in some thyme, marjoram and a small bay leaf and a handful of chopped parsley. You could easily add a handful of frozen sweet peas or sweet corn at the last minute before adding to the pie crust. 
Served this with cornbread with honey butter. 
Again WOW and thank you a bunch!
I can?t believe I haven?t rated this yet as it has become my favorite chicken pot pie recipe. I make it in two pie dishes. I don?t find it all that time consuming to make, although I take a shortcut and use store-bought pie crusts. It?s a recipe worthy of all of the 5 star ratings!
I'm not sure why but this turned out really dry for me. I ended up making more chicken gravy to go with it and it wasn't too bad. I'm not sure for all the work that I would make this again.
Creamy, and my husband loved it. We didn't use onion because he hates it, so it may have been a little bland for me.
This was a great recipe and the first time I made chicken pot pie. I added in thyme and rosemary as another reviewer suggested as well as a 1/4 cup extra liquid (next time I&#039;ll add more extra liquid). I also added peas. Very yummy and versatile... you could customize your own veggie mix based on what you like... I&#039;m thinking broccoli and mushrooms would be great too. Thanks!
I made this recipe for my fiance and my next door neighbor, and they absolutely loved it. "PERFECT" was the only thing they could say as they sat down to eat it. I did add 1 can of drained sweet peas to the recipe. Thanks for the recipe!
This was excellent...I added fresh mushrooms, frozen peas and used 2% milk as this was all that I had in the house.Just before removing pie from the oven I brushed some butter over the pie crust..Delcious!!!!
Not much I can add to the comments, this was a great pot pie! My first attempt at one and it worked out quite well. I used store bought pie crust and wasn't sure what to do with the 2 of them. I ended up putting one in the bottom of a deep pie dish and baking it for 10 minutes before adding the filling and used the second crust for the top. Worked out great. I used leftover turkey for this. DH loved it! Thanks!
Used leftover frozen turkey from thanksgiving and it was SO GOOD! I altered what veggies I used (had less carrot on hand than I thought and also added corn) but it was a great recipe!! You could use just about anything in this if you wanted to try different veggies! Thanks - I'll be making this again!!
To sum it up in one word AWESOME! I made this in a 9x13 pan so it took a little longer to bake. I used both roasted chicken breasts and thighs. I added a small jar of pimento's to the mix. I can't wait to make this again.
This was pretty darn good. I used premade pie crusts and left over chicken from a beer can chicken I had made last night. The only thing I think I would change is I might add a little more seasonings. Oh and I should add that I didnt have half and half so I used 1/4 c. heavy cream and 3/4 c. of evaorated milk. It was a little on the bland side for my tastes. But I am also a salt fanatic. It is amazing how great it tastes to take a little extra time and chop ep your own veggies compared to using frozen. I will definatly use this one again!!!
Simply amazing!! I made one 9x13 and two 9" cake pans worth. I put the two in the freezer for later. :) thank you for sharing!!
I made this with Recipe #28943 Pie Crust. This recipe was a huge hit. THANK YOU for sharing it.
THE BEST...I love this recipe. It was my first time making it last night and my family loved it! I did make a couple of changes to use what I had in my kitchen. I didn't have half-n-half so I substituted it with 3/4 c. of milk. I also added chopped parsley and garlic powder to the sauteed mixture. When I put the mixture in to the casserole dish, I mixed in cubed cheese before putting the crust on top. Love this recipe...Thanks for sharing!!!
I am cooking this for the second time because my family begged for me to fix it again! Best Chicken Pot Pie we have EVER had. Made it exactly as recipe directed. I wouldn't change a thing!!!
This was absolutely delicious!! My hubby loves pot pie and made a special request for it, so I figured I would give this one a try. I used what I had left from a rotisserie chicken from the grocery store that we had eaten the night before. I had just enough! It smelled delicious when it was cooking, and it tastes even BETTER than it smells! Thank you so much for this recipe!!!
I prepared this for my dad and left it in his fridge. He did not cook it for about 2 days, but it still came out outstanding. He is not a huge fan of pot pie (which somehow I didn't know until he was telling me how good this one was). He said it was spiced just right. I used the pie crust sold over by the Pop 'N Fresh stuff, and I may have added a bit more pepper than called for. I used red potatoes with the skin on, and I think I replaced half the celery with fresh mushroom slices. I prepped the veggies the night before I threw it all together, so as you can see... this is an excellent recipe that can be put together a little at a time and not cooked immediately. Thanks. :)
Well, I don't know what else to add, It's a tasty as everyone has said. The only addition I made, was to include a bit of rubbed sage. Just a personal taste. I also used homemade stock and crust. Delicious! :)
I'm a veggie so I didn't have any but my hubbie said to give this 5 stars! He loved it and so did my guests. :)
Very, very tasty! Popular with my 2 year-old AND my 40 year-old, which is rare...thank you very much for sharing. One thing; my shallow 2 qt. dish (11 x 7) only needed 1 crust for perfect coverage.
I also had no half-and-half, so I subbed an equal amount of evaporated milk. I used half whole wheat flour & half AP flour, and it turned out beautifully.
Great Pie. My family loved it. Very much a staple comfort food now.
This is is an excellent recipe. I added peas and a few more potatoes. It was great with the Most Incredible No Fail Pie Crust by Karen. Thank you for this great recipe.
I have never made a pot pie before and am glad I found this recipe. I added fresh mushrooms and Peas and used a pie pan instead, and put a pie shell on the bottom of the pan as well. I then made 4 individual pot pies out of the same batch and froze them. If Marie Collandar can do it, so can I! It was so good! I hope the frozen ones cook up okay though. Thank you!
Colleen J.
I just made this recipe for the first time, and it was a hit!!! My picky family loved it! I wouldn&#039;t change one thing about this recipe. I followed it exactly, and will continue to do so!!! Thanks for the awesome recipe!
Excellent! Omitted celery and doubled potato amount, worked great! Very easy, will definitely make again.
Super! I made it with two crusts in a pie plate. Brushed bottom crust with egg white and let dry 5 minutes before adding filling. Brushed top crust with egg white before baking. Exactly a perfect pot pie.
This truly is a 'delicious pot pie' recipe that I will be making again. The whole family loved it. I made it with 1% milk, since I didn't have any half & half and it came out great. I will probably reduce the chicken and increase the carrots a little the next time I make it, per my personal preferences, but no reason to change anything else - be sure to add enough salt to bring out the flavor! Thanks for a great recipe!
DELICIOUS!!! I make this once a month now, it is the BEST recipe...I have shared it with others..
I made for dinner tonight using leftover turkey, and it was really good! I didn't use celery and added frozen peas, and it turned out really wonderful. Thank you for sharing Vincy! Kim
Wonderful and SO easy. I didn't have celery but I did have peas, so in they went. I made my own chicken stock so I used the fat that I skimmed from the stock to replace the butter and it added an incredible depth of flavor. My boyfriend is a chef who won't eat dried spices so I didn't put anything else in the whole dish but I added some cajun seasoning and garlic powder to my own personal bowl and I loved it.
Great recipe for chicken pot pie. I added fresh mushrooms and fresh cut green beans for extra flavor and color. I also used frozen biscuits as the topper.
this will be my go to recipe from now on. i didn't have celery or onion on hand so just threw in 2 cups of frozen mixed veggies. next time i will try to do as written. thank you!
Very Tasty! So much better than frozen or the kinds with soup.....loved the creamy texture :) I used cans of mixed veggies I had in the pantry and it worked out well :) This is a keeper...thanks!
Amazing amazing amazing! I can't stress it enough. We first made this a few days ago, and now we're hooked. With homemade pie crust, this tastes absolutely divine! Thanks for sharing. :)
My fiancee voted this delicious.
very good and easy to make something so deliciously homemade :) For my prefrence I used just a little celery and onion, I like just enough for flavor. Also added a little onion powder and garlic powder. I did the caserole dish But did have more filling than i needed. I Think next time I will buy 4 frozen deep dish crusts and make 2 full top and bottom pies just to make it even easier :) And I agree, letting the chicken at least partialy cook with the liquid/sauce always makes the best flavor, this i find true with most sauces :) Great recipe!
This is delicious. Yesterday I boiled a whole chicken and picked the meat off today. I saved the broth from cooking, skimmed off the fat, and used it for this recipe too. I added some rubbed sage and fresh thyme, frozen peas, and used evaporated milk in place of half-and-half. There was way too much to fit in to a normal pie pan, so I poured it in to a deep round baking dish and topped it with one pie crust. Brushed the crust with an egg wash, sprinkled with sea salt and some garlic powder, and baked. So good!
Absolutely delicious. I did not change a thing except make my own crust. I think a top crust only works well, because the filling is so rich.
Excellent recipe. Turns out perfect every time.
Amazing pot pie recipe. I agree that although a bit time consuming, very well worth it. I printed and shared this recipe at work.

Thank you for posting!
amazing! I added more veggies, less chicken, my own broth, and more seasonings, but the base was WONDERFUL!!! Thanks!!
Oh my gosh! FINALLY a recipe that my whole family loves, not just eats without comment, not just likes, but LOVES! The four of us polished this off in one setting. I used recipe #33104 for the chicken. I also added an extra potato so my total potatoes was almost 2 cups. I first cooked the potatoes for about 5 mins in the microwave just to be sure it was done. I used my mandoline slicer for the other veggies and everything came together quickly. I also used 2% milk successfully in place of the half and half. A wonderful winter meal! Thanks for posting!
This recipe hardly needs any more reviews, but I've been looking for a chicken pot pie recipe forever and this is it! As other reviewers suggested, I add mushrooms, parsley, and garlic, and use an Italian spice blend along with the salt and pepper. I've made it with milk instead of half and half and it still rocks. It freezes beautifully and works very well in little pot-pie tins too (perfect for lunches if there's a microwave at the office). Thanks so much for this recipe!
I've made this recipe twice already, and both times everyone liked it.

the first time, one of my sisters came over in the middle of the baking process (she wasnt staying for dinner) and was really jealous after tasting the filling left on the spoon. the family members that did stay for dinner, however absolutely loved it.

the second time I cooked this was for my girlfriend on a picnic-date. she absolutly loved it! she said "this is the best pie i've ever had, it's way better than Marie Calandar's, and that's saying something"

it was easy to make and hard not to eat, it was gone almost as soon as it came out of the oven.
I've made this twice - WOW! I double the recipe for a 9x13 pan and make 2 - one for dinner and one for freezing! The first time I made it I browned the chicken in olive oil. The second time I boiled it. Boiling it was easier and delicious - like the real thing. I use the Pillsbury crust you roll out and I use both packages. I also use garlic salt instead of regular salt. LOVE this recipe!!!!
FABULOUS! This is by far the best Chicken Pot Pie I have made. My whoe family including 2 picky boys and dad loved this meal. We are preparing to make it again tonight. Thanks for posting this wonderful recipe.
I will say one thing. Do yourself a favor and do not use margarine... For this recipe or ever. Use a real product, like butter. You'll be doing yourself a favor, trust me. This recipe looks solid though and a perfect make-ahead meal, for sure!
I enjoyed this recipe so much I made another the very next day. I do recommend adding a little<br/>extra chicken stock by 1//4 cup. This pot pie does thicken up nicely as it bakes. Be prepared for a nap afterwards. Awesome Comfort food.<br/>Not great as a leftover so dig in when fresh out of the oven.
Great, even the Princess liked it, and she is picky. I made it exactly as directed the first time and it was good. The next time I made single portions in oven proof bowls. This was even better.
My husband likes pot pie but the rest of us don't care for peas or pie crust. So I took your recipe and subtituted veggie broth, and a bag of quorn tenders for the chicken broth and chicken so I wouldn't have to make a second for the vegetarians. I did everything else as directed except I lowered the oven temp to 375 and topped it with reduced fat cresent roll dough. Popped it in the oven until golden. It was delish. Thanks so much for a great begining to a hot comfort meal on a cold night.
This was really good - only addition I made was 1tsp dijon mustard to the sauce and 2tsp fresh dill.
5 PLUS STARS!!!! This was the best pot pie I have ever eaten. I loved that it has half and half instead of cream of chicken or mushroom soup. I am allergic to canned soup so a lot of recipes are out for me. Not this one. I make my own stock and always have it on hand in the freezer. A+++++ on this recipe.
Thee best chicken pot pie!!! Whole family loved it even my husband who does'nt even like chicken pot pie!! Easy to make and delicious! Thanks for this great recipe!
This was delicious! Even my husband who isn't a fan of chicken pot pie loved it. So good I thought, damn, did I make that?? Thanks again!
I tried this but forgot to add the potatoes. Still, it was delicious! I will make this one again. Parent had two helpings of it...
EXCELLENT meal! This was my first time making pot pie and it was so worth it! I had to stop myself from eating seconds and thirds. We had meat from a pork roast we had smoked and that is the meat I used. I also made a homemade pie crust (recipe # 26205) to put on top. Other than that, I made as directed. I will make this again and again. Thank you for an awesome recipe.
I have to say, that its the best and the easiest pot pie.
this was delicious. I used a bottom crust as my family and I like it that way. I also added some peas. I was simple to make and not at all time consuming as I used a vegetable cutter to dice up all the vegetables. It was nice because all the veggies were the same size. Thanks for sharing&gt; I will be making the again and again.
First pot pie I ever made and its amazing. Best thing is you can add any left over veggie that you have and it come out perfect. I'm making it tonight for the second time with thanksgiving left overs.
Very good! I followed the recipe exactly except that I put the filling in a deep dish pie pan. Also, I only had a top crust to reduce carbs for DH.
First attempt at making a pot pie and it turned our wonderful. We loved it. I was leary about it being to runny when it was done but no such thing. This was perfect and far better then those store bought ones. Thank you for a new recipe that will be part of our main menus.....Stephanie
Incredibly good! I didn&#039;t have any left over chicken, so I butterflied a couple of large chicken breasts, rubbed them with olive oil and salt and pepper and baked them at 350F/175C for 40 minutes and let them cool before chopping them up. I did a top and bottom crust, but next time I&#039;ll only do a top crust as I think the recipe indicates (but even then, only one). I added just a bit of frozen mixed veggies to give it a little more color inside. I think this recipe is really versatile once you have that delicious base. It was a huge hit! Thanks so much for sharing it!
This pot pie recipe is a keeper and so versatile. You can change the protein and veggies to anything you want! I made the recipe as stated the first time and tonight I used whole milk instead of cream and butter instead of margarine. Both versions were delicious.
I have made this numerous times and love it! I make it in 14 or 16 oz ramekins and get 5 pies.I add some peas and a little garlic and onion powder and some times a few mushrooms.I have also added pearl onions to mixed reviews. I have cooked my own chicken and also used the store bought rotesserie chickens. This is definitely not your momma&#039;s frozen pot pie!
Delicious! My whole family loved it and immediately asked when I would make it again! This is my new favorite recipe for chicken pot pie! Thanks for posting!!
This was the best chicken pot pie I have ever had! The only thing I changed was I added 1/2 cup of frozen peas after the chicken. Thanks for the great recipe!
I like the reviews that begin with "I followed the instructions exactly EXCEPT for --." Well, my exceptions were necessitated by the inventory on hand -- used heavy cream and only had 2+ cups of boned chicken. The results were spectacular on any scale. Next time (and I am confident there will be many times) I make this deliciously filling receipe I will plan ahead and make certain I have the ingredients required. Sometime in the future I will probably experiment (at least once) by adding some Spice Island Mei Yen seasoning, which I find adds a special taste to any sauce recipe. Also, I'll probably add some diced oven-roasted red peppers - strictly for a more colorful presentation. Otherwise, this is an as-is keeper. Thanks for sharing it.
I don't care if I'm 114, this was the very best Chicken Pot Pie I have ever made/served/tasted!
My family gave it two thumbs up...all around and used words like 'great' and terrific.
I followed directions, made my own bottom crust (which did not become soggy, yea) and made a lattace top with a sheet of puff pastry.
Thank you, VINCY, for letting me shine and for shairing your wonderful CPP recipe.
My husband loves chicken pot pies and anything with potatoes in it so when I came across this recipe I knew he was going to love it. After making him chicken pot pies for nine years when he tasted this one he said "this is the best chicken pot pie you have ever made"! So this recipe is for sure a keeper in my house! Thanks for sharing such a great recipe!
Great recipe. Great taste...my kids loved it.
Amazing. I added in some peas for some extra veggies and it was still perfect. This is one of those recipes I keep burning my mouth on because it's too tasty to wait for it to cool off! Thanks for posting.
I'm not sure this needs another glowing review, but I thought I'd add mine anyway!
I made a few small changes. I used 4 cups of a frozen "soup mix" of veggies. Added 1 tsp. of poultry seasoning and some garlic salt. I also used fat-free half and half, and it was still very creamy. I made the mistake of using puff pastry for the top, I wish I had gone with pie crust. I've never worked with puff pastry before but the bottom was still doughy and the top was almost burnt. Because of the puff pastry I only had to cook it for 20 mins.
This is by far the best recipe I've found for a pot pie!
Another 5 star review...delicious! The only changes I made were omitting the onion (allergy) and doubling the recipe. The doubled recipe easily served 10 and everyone loved it. I might try adding a bottom crust next time, but it was great as is. I baked the chicken with olive oil, salt and pepper and cubed it. 4 lbs of chicken breasts gave me the 8 cups for the doubled recipe. Doing a homemade crust was definitely worth it-so light and flaky. It was a bit time consuming, but totally worth it. This will certainly be part of my regular rotation now.
Amazing! Everyone that's tried it has loved it. I definitely recommend making your own broth, but it's good even with store bought broth. We added a bit of garlic and a splash of white wine.
was pretty good but a little bland despite adding extra salt and pepper! next time i'd use more spices.
This recipe will be added to my personal cookbook!
I have no doubt I will make it many times again.
Well worth the prep. time, and both my husband and
I enjoyed it thoroughly!
I may even make it for our vegetarian friends, just
increase the veg. content and omit chicken.
Sharon Paras
shipps13@rogers.com
Our neighbour introduced us to this delicious comfort food by bringing over a pie made from this recipe, along with a printout of the recipe, and I just did the same for a friend who is under the weather. By follwing the recipe to the letter, I always have enough to make a casserole-sized pie for the family and a smaller one for lunch (or seconds!), and I know from experience what a lovely gift it is to receive. I make it after every rotisserie chicken and use only one Tenderflake frozen pie crust. An aptly named and simple-to-make hit with the family!!
If I could give this recipe more than 5 stars I would. I love that you use real ingredients and not cream of chicken soup. This is the best and easiest chicken pot pie I have ever made.
Great recipe!
I boiled two chicken breasts added salt, garlic powder and tyme. I used store bought pie crusts and baked the bottom for 15 minutes before adding the filing. I also added in some frozen corn and string beans and used skim milk! Still delicious and creamy! Will definitely make again.
O-M-G!

This is hands down THE best chicken pie recipe! I made it with top and bottom crusts and froze the pies. Thawed one last night and reheated it at 375 (covered in foil) for 45 minutes and them 15 mins uncovered. 
We could not believe how GREAT this was! 
A true keeper!
Thanks Vincy~!
This is now a staple at my house. Best chicken pot pie I have ever made!! So tasty!
This was wonderful. I modified the recipe a bit - added 1/4 cup fresh parsley, 2 garlic cloves, and 1/4t currry - and it was a memorable dish. I'm making it tonight on request!
I made this pie and we loved it. My hubby said it was the best I had ever made. I dont feel that this recipe took too long at all. I added a few more veggies and more meat and used a 13x9 pan. Leftovers reheated well but didn't last long around here
I had poached chicken breasts in the freezer so this was a snap to put together. I used a deep dish pie pan and had extra filling. Will make again. Thank you.
I would really love it if you would give the nutritional value for the recipes.
Delicious! This is a very easy and tasty dish. I have to admit that I only tried the filling because I made this into 6 individual servings and froze before baking as Kim D. mentioned in her review. I'm sure my FIL will enjoy these! Thanks :)
Great recipe. Took less time to prep then my old recipe. Just played around with the spices a bit.
This was a wonderful dish! I was so worried that it wouldn't have any flavour that I added MasterFoods All Purpose Seasoning (about 1 tsp). I asked my husband to taste it to see if it needed anything and he actually said "Wow, this is good! No, it doesn't need anything". If you knew my husband you'd know that was an extremely high compliment. I doubled the recipe and made 2 pies, 1 with phyllo and 1 with shortcrust pastry. I omitted the half and half and added about 3/4 cup skim milk powder (for the doubled batch). Our guests kept going back for more! Thank you so very much for posting!
Delicious! I didn't read the reviews before making it or I would have added some mushrooms and herbs. I love the idea of adding nutmeg. I used a homemade double pastry crust and the consistency was perfect. I will definitely be making this again.
This was scrumptious!!! Didn't have half and half so I used a can of evaporated milk instead. Didn't have any pie crusts either and didn't care to make any, so I used the topping from another recipe: 2 cups Bisquick 1 1/4 cups milk and 1/2 tsp garlic powder and poured it over the top. This has to be the best Chicken Pot Pie I've made - Thanks!!
This is a great pot pie! I used a bag of frozen mixed vegies and continued with the recipe - it was yummy! I'll make this again!
Very tasty. I followed the recipe exactly except I added 2 minced cloves of garlic to the vegetables. My plan was to make mini pot pies with this but this is a lot of filling for that, so I made a few of them, a couple bigger ones (in 14 oz ramekins) and used the rest for chicken and dumplings. This is a very versatile recipe. Definitely a keeper.
Great Recipe! Loved it and the family also....I bought frozen peas and carrots and frozen onion and celery mix. I think next time I will use the frozen pie crust in the bottom and phillyo dough on top for extra crunch. Great recipe and simple. Thanks for sharing....
Awsome!
Very good recipe, the filling was actually thick enough to call it a pie; it didn't fall out after cutting a slice. I didn't have celery, so I subbed green onions, but I realize now that peas would have been a good replacement too.
This is an easy recipe which lends itself well to any kind of meat or veggie, fresh or froaen. I have used beef, chicken and turkey(not at the same time) and found it to be a very tastey every time. I have even served it to guests. It is now one of my favorite comfort foods!
This was excellent.I added mushrooms,bell pepper and green onions and instead of half and half I used heavy whipping cream(that was all I had).It was creamy and delicious.Thanks for sharing I advise everyone to try this!!!
This recipe doesn't lie, it really is delicious. I used butter instead of margarine, and did the same as Jackshoe in using frozen mixed veggies, but kept the celery. I also added about 1/2 Tlbs. fresh thyme and maybe a tsp. fresh sage from my patio herb garden. <br/><br/>Because it's just my fiance and myself, I did these in the little pot pie tins. It made 4 of them with no bottom crust (definitely going to add a bottom crust next time, just for better crust:filling ratio), and froze two of them for later nom-ing. I think I want to add some mushrooms next time, but The Man doesn't like 'em, so we'll see.
Super duper great! It came together perfectly.
I would like to add.... to speed up the cooking process, sautee the carrots for about 5 minutes prior to adding the rest of the vegetables, then cook until tender, approximately 15 minutes. 
When you place the completed pie in the oven you will not need to bake long, just until crust is browned, approx. 20 minutes.
Margarine? Are you out of your minds? Horrible ingredient.
Wow! This was great! I'm Swedish, and we don't make pies like this, but my American boyfriend was craving chicken pot-pie so I gave it a go. He said it was the best ever, and I LOVED it too! This is the greatest site, thank you for sharing your recipes!
Two thumbs up from the entire crowd! Had no celery so added a can of cream of celery soup, used evaporated milk because that's what I had on hand, added minced garlic and used a biscuit topper instead of pastry. Both my 8 & 9yo want it for leftovers for lunch tomorrow :-). Thanks for the recipe, definitely a keeper. I made lots and had some foil containers with lids, so did up a pie for each to give to each of my grown boys as well.
OMG...this is fantastic. At the time of this review, all I have done is make the filling. I am going to put all together later for dinner. I added poultry seasoning...which I feel is a must. I doubled the filling and am going to make one now and freeze the filling and make anothe at a later date. As I was tasting the filling, I was thinking it would be great to adapt to a corn chowder. Maybe just saute the corn with the veggies and ad some pablano peppers also. Mmmm... Thanks for sharing. Can't wait for dinner!!
I love this recipe!! I tweaked it to my own liking and added some poultry seasoning and sage to the recipe. For the vegetables, I only used potatoes, carrots, and onions. I bought a rotisserie chicken from the supermarket and shredded it instead of cooking my own. I also used non-fat half & half along with low sodium chicken broth to help cut calories and it was still delicious! No one knew it was the dish was low-calorie! Everyone that has tried my chicken pot pie loved it and always asks me to make some more. Try it and you won't be disappointed.
This is a wonderful, child-friendly recipe! My girls, even my picky eater, just love this! A little time consuming, but it is so worth it. I make it ahead, early in the day, and cover and refrigerate until it's ready to be baked. I set the timer for 50 mins and then check it to see when it's done, usually about an hour. I have only made it as directed so far, (I've made it 3 times now), but will be experimenting with different ingredients. Thanks so much for a recipe that is definitely a "keeper"! :)
YUMM-O!!
This is the first time I have made a chicken pot pie and it turned out perfect. I did add a few extra spices, other than that I followed the recipe. So Good!
Thanks
Great basic recipe for chicken pot pie. I too "kicked it up a notch" by adding in garlic powder and onion powder. I zapped chicken thighs in the microwave with some grill seasoning, and it was so juicy. I think the melted margaine was supposed to go on top of the crust, which is missing from the directions. Instead of making 2 pies at once, I cut up all the veggies and froze them for next time. Thanks for sharing!
I threw in some peas instead of celery and we loved it! I made the potatoes and chicken chopped into rather large pieces, as that's how we like it. Worked like a charm! The gravy was excellent and added to the overall flavor of the pie. This is a keeper and we will have it again soon!
I have made this 20+ times following the recipe as written. It is always a great 'go to' for family dinners. I have quadrupled the recipe and frozen the filling in gallon size freezer bags to make pies quickly. I've given them to people as easy meals after a new arrival. I have always been given rave reviews and have often been asked for the recipe. My daughter has requested it twice for her special birthday dinner with family (she just turned 6). Great recipe!!
Excellent. I can't say anything more about it! <br/>I didn't have celery or carrots, but I did have a half-bag of frozen peas & carrots. I dumped those in before I added the flour. <br/><br/>I used my Pampered Chef roasting pan to do the sauteing and such on the stove-top and then was able to put it right into the oven. <br/><br/>Definitely will be saving this for future use!
This was fantastic!! It was the first time I ever made a chicken pot pie. Super easy. Didn't take long to cut up the ingredients. The fresh veggies were delightful and the color was lovely. I had all the ingredients on hand, except for the pie crusts. It was extra nice to use leftovers and create such a successful dish.
This is a favorite with my family. After making it a couple of times, I realized that I would have to double the recipe so there would be enough to go around. I don't care for celery so I add a bag of frozen vegies - It also gives it a little more color.

thanks for a great recipe
I am not giving this any stars because I really didn't like it and didn't eat more than a few bites. Although DD and DH did like it they aren't rating it. I don't know what the problem was really the only thing I did different was cook everything separate, and then mix it all together at the end so that there wouldn't be lumps in the sauce. The sauce tasted great all by itself, maybe it was the potatoes and the amount of the vegies- I don't know what it was. I might use the sauce part of this recipe again but will just use a can of veg-all or some fromez mixed vegies in the future. Sorry I couldn't be as positive as others but this was a flop for me- but again the others liked it.
Someone suggested making this into mini loaf pans and freezing it. This worked out well for us. My husband thought it could stand to have less celery and mentioned a slight aftertaste. Overall it was easy to make and worked great as re-heat dish!
I made this tonight for dinner, and it was amazing!! It really had great flavor! The only thing I changed was that I added some frozen peas. I amazingly fit it all in a 9.5" pie plate, and used one crust on bottom and one on top. My hubby said it was delish, and my almost 14 month old gobbled it up! 5 stars all the way!
I have made this 2X now with chicken & my own pie crust (top layer only). Turned out great each time. Will be keeping this recipe safe. Thanks vincy bramblett.
These turned out great for us. Thanks for the recipe!
This is a terrific tasting filling. I used 1 cup of evaporated skim milk since I didn't have half-and-half. Turned out terrific. Used a homemade pie crust from recipe #168103. Kids totally loved eating the left over filling while the pie was baking because they couldn't wait.
SO delicious! I left out the carrots and added a can of peas, plus increased the broth and half and half mixture by a cup since the potato was big and seemed to absorb too much of the liquid. Loved it, and so did my 3 and 5 year old picky munchkins.
Definitely the BEST chicken pot pie I've ever made, and probably the best I've ever tasted. I saved some time by using the chicken and broth from the chicken soup I made yesterday, and added peas. Maybe next time I'll add a little more onion. I might also try to substitute the half and half with whole milk...though I don't have enough experience to know if that'll change the consistency too much.
Great chicken pot pie! Use whole milk instead of half and half and added frozen peas and a couple of shakes of thyme. Very delicious! Next time I'll just use 1 pie crust. Two is ultra decadent, but really not necessary.
Okay, this is to DIE for! Like all the other reviews said, this is our new Pot Pie recipe from now on. It was very easy to throw together, so filling and I can't wait to make 2 next time so that I can freeze one. I used Refrigerated Pie Crusts and my deep-dish stone pie dish. I did use one crust on the bottom and then folded the top crust over the bottom crust's edges to seal. Superb! Thanks for sharing this recipe with us!
i thought i reviewed this!!! guess not! this is FABULOUS! comfort food for sure!!! I double this recipe and put in a 9x13 pan - then put 2 pie crusts on top to cover (use homemade crusts, i don't use a bottom crust) for more flavoring i add to the mixture dried cilantro, sage, and onion powder to give it added zing. LOVE this!!!!!!
haven&#039;t tried it yet ... looks delicious ... but what are the green things in the picture? I have to have peas in my chicken pot pie ... that&#039;s what the green things look like/
I made it last week, almost as is. I used leftover turkey, I added powdered garlic, other spices and some fresh herbs I had in the garden and some green peppers. My family loved it and asked me for the recipe. It had the right consistency and with my home made pie crust, it came out just yummy!
Made as directed, but added about a cup of frozen peas, cause I like peas in my pot pie. Great recipe. There were no left overs after 4 of us finished with dinner.
I really loved this. Since it was somewhat labor intensive, I made a double batch and froze 2 quarts. I used the other 2 quarts right away. I baked it in an 8x8 glass dish and only needed 1 pie crust to cover the top. For us, the filling to crust ratio needs to be adjusted. So next time, I will use only 1 quart of filling per 'pie'. Also, I like peas in my pot pie so I'll add those next time. Otherwise, practically perfect! oh, yeah ... I used Dancer's recipe for poached chicken to cook my chicken breasts and used only 3 cups instead of 4. That worked out to a perfect amount of meat for us.
This is an awesome recipe! Very delicious! I wanted to make mine with chicken but there were no chicken breasts at the store that day, so I used beef and beef broth instead. It was so good! I will definitely be making this again!
All that needs to be said is...YUM! The only change I made is that I added a little poultry seasoning. This is awesome comfort food and is perfect on cold winter days!
Excellent! my husband loves chicken pot pie, and he thought this was awesome!! I cooked the chicken in the broth, used that and 1/2 c. FF half and half, and 1/2c. skim milk. I didn't add the extra salt, but instead added garlic powder. Threw in some corn when adding the chicken, and we enjoyed it! I also only used about 1/2 a stick of marg. to saute the veggies. thanks!!!
I can't believe I have not rated this! My family loves this. It is a bit of prep, but so worth it as others have stated. I use COSTCO's frozen chicken breasts. I have made it with milk and with 1/2 and 1/2. Although the milk is fine, the 1/2 and 1/2 truly makes this recipe special.
Loved this recipe. Thanks for a delicious one!!
I added frozen peas and sauteed mushrooms to ours and it was awesome! Left out the celery. Our new favorite!
Made this as it was written, for a pot luck at the pool. Big hit! Gone in 60 seconds.
Fantastic. I had never made Chicken Pot Pie, but I love it so wanted to attempt it on my own. I won't hesitate to make it again using this recipe. I used 1 sheet of short crust pastry dough instead of the pie crusts as I couldn't find them at the supermarket here in Germany and only had full cream on hand instead of half and half. I will make this again.
This is a nice, homestyle chicken pot pie. I used whatever I had in the house and doubled the "gravy" part since I had double the amount of chicken and vegetables. I also added green peas and corn to the mixture and put in good amounts of black pepper, seasoned salt, marjoram, poultry seasoning, substituted reduced fat milk for the half-and-half and used already prepared Stove Top Savory Herbs stuffing mix instead of the crust. To keep the stuffing from getting burned, I covered the top with aluminium foil. My family loved it. Next time, I plan to use half-and-half and puff pastry in place of the crust for a true indulgence. Thank you for sharing this recipe for delicious comfort food.
Gosh.... 5 thumbs up!! Totally aweseome! Thank you so much for sharing this recipe. The only differences I did, was that I added 2 cloves garlic (fresh) (remember we love to ward off those vampires heh), I didn't have chicken stock but used beef broth, doubled on the spuds, added double the chicken and added 1 cup frozen broccoli pieces. This was to die for with a lovely spinach salad. I did add a smidge of rosemary, marjoram and basil... this kicked it up and the aroma was lovely. Highly recommend the ease and taste of this recipe. P.S. I made x2 double pastry pies.
This was by far the most delicious chicken pot pie ever! First off, I have never even attempted to make my own. Lately, the store-bought ones were seeming to have less and less filling, so I thought I would find a recipe online. I chose this one because of the reviews, but mainly because it did not call for a can of creamed something-or-other soup that I never have on hand. The only thing I did differently was to not include celery but added half a can of peas after sauteeing the veggies. And I sprinkled a bit of garlic powder into the mix. Then I added all the juice from my chicken that I had sitting in the fridge (after removing the fat). I also had to add a bit more stock, and glad I did because the crust (Pillsbury) absorbed a lot of it once it was cut. OMG! This was sooooooooooooooooo good. My husband has been ranting and raving about it to everyone who will listen. Thank you!!!!
I made this about a month ago and forgot to write a review. AMAZING! Everyone loved it and fought over the leftovers! Vincy, thanks so much for sharing this with us!
At last, the perfect recipe for a chicken pot pie filling that DOESN'T use that God-awful condensed soup or frozen vegetables. I followed the recipe almost as written, but had to use mushrooms in place of potatoes because mine had gone bad before I got to them. If anything was wrong with my version, it was the mushrooms, and I usually love them in everything else. I used a whole box of fresh thyme to add some extra flavor at the very end...next time I'll use a variety of fresh herbs for a more rounded flavor. I used whole milk instead of half and half, and the Kitchen Basics brand of chicken stock which has virtually no salt. I was surprised how much salt this seemed to need to get the flavor to where I wanted it, so I suggest not being stingy with it. For the chicken, I used part chicken breast which I cubed and sauteed along with plenty of good old S&P, and part chicken thigh meat which I needed to use up. The filling was divided between each of 2 pie shells, then topped with a second crust and baked as dirrected. The result of all this was truly outstanding! The Pilsbury pie crusts worked very well for this recipe. The only other adjustment I'll make next time will be to add a generous half cup of frozen peas to the filling. Thanks for sharing such a great recipe! It really hit the spot on a cold, rainy day!
Yum!! First chicken pot pie I've ever made, and it was a good one!! I use my own pastry, rather than store bought, and I also added some garlic, thyme and rosemary. I would add more next time I think to up the flavour - but it was sooooo good!! Looking forward to leftovers! Mushrooms would also be good in here.
Fabulous!! It was so easy to make and I didn't think it took all that much time to put all the ingerdients together. A crowd pleaser in my home! Thanks!
Just made this today, and it was wonderful!! My husband gave me a big smile while he was eating it. It wasn't hard at all, and was well worth the time chopping the veggies, etc. I did add a half bag of frozen corn to it. Next time I want peas in it.
This was really good, I added a bit more salt and I used real butter.
Just made this for my housemates (4 of us) it was delicious!
I added mushrooms and didn't have enough onions so decided to use 1/2 cup onion and cup of thin shredded leeks.
Very tasty and good reports from full house!
Yum. Everything I was looking for in a pot pie. I did add some peas and would have added corn if I had had some. Bellywarming for sure
Excellent and oh so yummy chicken pot pie! I doubled the recipe and used a 9x13 pan and had a little filling left over. I used kfinkle's idea and covered the chicken with broth and two bay leafs and cooked it. I drained the broth and reused it for the filling. Changes I made in addition to doubling the recipe: used low sodium broth, fat-free 1/2 and 1/2, threw in some peas, and used top and bottom crusts. I will definitely make again!
Made as directed except I added 1 t thyme. Very good. Even my picky 7 year old ate it up.
This was totally delicious. I will definitely make over and over. A family favorite!!
Great recipe, did not have celery so I just added some frozen peas just before putting it in the pie shell. I wish I would have put a little more broth in as it thickened up pretty quick, my family likes their pot pies a little gravier. Great taste and looked beautiful, thanks for the great recipe.
EXCELLENT! What else is there to say? This is without a doubt the best chicken pot pie I have ever had :) I used a pillsbury crust and put it in a rectangle pyrex pan (used two crusts on bottom/2 on top) and it was perfect for my large family. I did exactly as mentioned here except that I did add a bag of frozen veggies which included peas/corn/green beans/carrots in it as well and I substituted 1 Cup of Milk for the half and half and I just added more butter (the rest of the stick) to make up for the lack of it :) It worked like a charm. I forgot to mention: I did throw in 2 cloves of fresh minced garlic and used Mrs.Dash Garlic/Herb Seasoning as well in the recipe. Thanks so much for sharing. I'm adding this to my favorites for sure.
Yum, this was great. Added peas and mushrooms, used leftover pork roast rather than chicken, and used both top and bottom crusts. Thanks!
Everyone finished off this meal.This was easy to make and did not take long to make at all!Will serve this on a regular basis. May try a puff pastry topping next time.
Excellent. Flavors went well. Easy to make. A lot of the juices spilled over while cooking. I think next time I'll used a little bigger dish to cook it in. I also put one of the pie crust on the bottom and cooked it for about 10 minutes before adding the filling. Worked out well. Thanks
I didn't care for this much, it ended up way too thick and didn't have much flavor. I am high elevation & haven't perfected a homemade crust so I used a good store bought. The crust wasn't the problem. It was bland for me as well, but I don't like seasoned salt so I wasn't sure what it needed. Maybe chicken bouillon instead of broth?
Great recipe, I've tried many and this met my expectations to a tee. I used store bought pie crust (haven't mastered pie crust yet) and the pan drippings from sunday night roast chickens. Thank you for a great recipe. Will keep this on file for sure!!
Very simple and easy way to prepare chicken (or turkey, in my case)pot pie. I used Pillsbury refrigerated pie cursts, which made it simple enough for a work night.
I used both a bottom and too crust in a pie pan, cream instead of half and half, and seasoned with rosemary and chicken seasoning. In the oven for 32 minutes and it was exactly perfect
I rarely make a pot pie because I haven't found a recipe that I liked. I asked my husband last night what he wanted for dinner - I told him it had to be something with chicken - and he said "pot pie." So, I had to search for a recipe, and found yours. It was really quite excellent -- my husband and children gave it two thumbs up, but thought that the cream was a little too thick. So, next time I'll add another 1/2 cup of broth. I did add a cup of broccoli and a half cup of peas to the mixture. Other than that, I followed the recipe as written. This is definitely a keeper.
I too made this with fat free milk, plus i added a bit over 4 cups of thawed frozen peas, mixed veg, and broccoli to the potato sautee step, and used a can and bit more of broth with the milk. as for spices, i used season salt, salt, pepper, old bay, paprika, ground thyme, and rosemary, and sage. i also use pilsbury crusts, top and bottom. i grew up hating pot pies, and never have eaten them since but my husband was bugging me to try one. i have to say, this is one o the best meals i have had in ages. thanks for the awesome recipe, will definitely make it again, after we eat the 2nd one i threw in teh freezer, tommorow maybe? lol
My family and I absolutely LOVE this recipe! I used 2% milk (because it was all I had) and I also added frozen peas. I had a little extra filling so I put it in my loaf pan and used Pillsbury Crescent rolls for the crust. Both of them were great, in fact I'm making it again tonight for dinner! Thanks for sharing!
I have been making this recipe since I found it 3 years ago. I add extra veggies such as corn and peas and I half the chicken broth and cream. I found it made too much of a broth for a 9 inch pie dish. I also pre-bake the bottom shell before I fill. This is a delicious pie recipe! Thanks for posting!
OMG!!!!!!! This was absolutely THE BEST chicken pot pie I have ever ate! Will never buy them at store again! I can give it `10 stars right????????????????? It was not to much liquid for me, it was PERFECT and tasted Out of this world!!!!
My husband absolutely loved this recipe and my 2-yr-old proclaimed "this is the best chicken pot pie I've ever had"! Of course, it is the ONLY one she's ever had but it was great to get such glowing reviews! Thanks for this recipe!
Made it with some chicken breast and added a can of corn as my family doesn't do peas. I'm not sure if I cut too many veggies or what but I ended up with two 8'' pies instead of one (which was fine with me, just was happy that I had an extra pie shell on hand). I was gone freeze one for another day but my guys dug into it before I had a chance to do that. Each pie took exactly 40 minutes to bake, and instead butter I used olive oil to fry up the veggies. Very good taste and easy. Will be making it again for sure. Thank you Vincy for a winner!
OH MY GOSH! Delicious! Pretty simple and everyone loved it.
Thank you soooo much!
I made this using the left over turkey from thanksgiving. So the meat was already done. Leaving very little work for me. It tasted great!! I will keep this recipe handy for sure. Great for left over poultry!!! First time I ever made pot pie =)
After 162 comments I hope people read mine as this was such an easy and delicious recipe...I've never made a pot pie before and while my family was enjoying it I was telling them I had to comment this recipe because it was that DELICIOUS!!!!Thank you for posting, this is definitely a keeper :)
I adjusted this recipe a smidge to fit our family tastes. It was OUTSTANDING to say the least. A family friend said it was the best thing he's ever put in his mouth. I doubled the recipe and added 8 oz of peas, 8 oz of green beans, and 8 oz of corn. Of course a homemade crust makes it taste out of this world. And 3 bay leaves added to the chicken while cooking in the broth gives it the best touch. Thanks for a recipe I will use this over and over again!!
So good! Loved it, thanks for posting, made us nice and full!
This is a great recipe with a little tweaking. All I had on hand was whipping cream instead of half & half. That made it delightfully creamy, but definitely upped the fat and calories. I also used a homemade turkey stock full of shredded turkey. <br/><br/>I doubled the recipe (for 2 pies), added 2 chicken bouillon cubes, one cup of frozen sweet peas, one cup of frozen sweet corn, a lot more salt (it needed salt badly), 2 tablespoons of minced garlic. <br/><br/>I made the mistake of putting one pie crust in the bottom of the pan. I should have placed them both on top to get "crusty". The buttery, flakey crust was great with this - I used a Pillsbury premade pie shell (don't buy the generic, it's subpar.) <br/><br/>Next time, I will definitely add the 3/4 cup of white wine and pinch of nutmeg and poultry seasoning that another reviewer suggested. That should make it just perfect!
This recipe is far superior to the one I usually make. I made a few of changes - I added one package of sliced mushrooms with the onion mixture and about 3/4 cup of thawed frozen peas with the chicken. I also took advantage of Sara Jo's experience and instead of 1 cup of half and half I used 2T of melted butter and topped the measuring cup with non fat milk. I split the filling into 2 casserole dishes and topped each one with a single pie crust to keep the calories down. I think that you could use drop biscuits or puff pastry to top the filling with great results. Great recipe Vincy, it is time consuming, but well worth the effort. Thanks for posting.
Doesn't get much better than this. I agree with the rater that said that it tastes so much better than the ones with cream-of-yuck soup. I somehow missed the instruction to use 2 dishes; I just dumped it all into a round casserole, put both crusts on top, and THEN started reading reviews that made me think I had missed something. Well, I couldn't change it, but it turned out just fine and dandy anyway. We did have to add salt at the table, but only because I had forgotten to add salt to my homemade stock. Our family of 5 left only about 1/2 of a serving. This is a keeper!
I made it for 12 servings, instead of 8 and cooked it in a 9 x 13 pan. I used two Pillsbury Crusts and that was plenty, just on top. I added 1/2 cup white wine, used 2 cups half and half (a little extra) some poultry seasoning and a dash of nutmeg. Made it all ahead of time and then baked it later in the day. A great recipe for a fall day!
This recipe was delicious, and very easy to make. My older sister and I, who are both teenagers who cook only for hobby, had no trouble with this dish, and it came out beautifully. We replaced the margarine with 2 tablespoons of olive oil, added in a half cup of broccoli and a half cup of peas, replaced the cream with whole milk, and used a top and bottom crust. Similar to other reviewers, we found that salt and pepper were not adequate spices, and added in thyme, nutmeg, and cayenne as well. The product was beautiful, and we will be making this again soon.
This recipe is wonderful! It was very simple to follow and turned out great. I did add frozen peas and corn and enough of the listed veggies to have 8 total cups. Also added rosemary and thyme. Used a bay leaf when cooking the chicken. I doubled the sauce, poured it into a 9x13 pan and covered the top with store bought pie crust. Wonderful tummy warming winter dinner!
This is an absolutely delicious recipe. I slightly change it by not using pie crusts. I just make the filling as directed, pour it into baking dish and top it with a rolled out batch of home-made buttermilk biscuits. There's something about the buttermilk biscuits that my family and I all love with this recipe.
Thanks for a great recipe. My husband ate until he almost popped! Now I have something besides chicken salad to make with my leftover roasted chicken. Thanks again.
This is a superb recipe for chicken pot pie - easy to make. The addition I made was to add some garlic while sauteing the veggies and substituted milk for half and half. Yummilicious!
I'm not a big chicken pot pie person but this was really really good! Everyone had seconds. It does take a while to make but it worth it if that's what you are craving. The only thing I changed was adding a little garlic (maybe 1tsp) while cooking the veggies. I used my mom's no fail pie crust recipe and it was perfect. Thanks!
Amazing. It doesn't get much better than this.
It was amazing! I added more vegies and added garlic so that it was a really full and delicious pie! I fed 8 people and all of them loved it!
You don't really need another 5* review but my DH said it was 10 out of 5*s. I halved the recipe for the 2 of us and followed it exactly.
Very good basic recipe (in conjunction with Recipe #128566) from which to add spices/ingredients to your own tastes. I used sea salt & lots more pepper; I used frozen stew veggies cut up smaller which included all veggies called for; I added minced garlic, rosemary, parsley, a little oregano and thyme. I personally needed more crust, but probably b/c I didn't follow recipe exactly & just winged it. Also, used 3/4 cup heavy whipping cream & 1/4 cup milk in place of the half & half. Baked the chicken the night before.
I doubled the recipe and made this in a 13x9, WOW!

I hadn't made homemade pot pie before, and this was a million times better than the grocery store or restaurant pot pies I've had in the past! It had that great, thick, creamy filling... mmm...

For the chicken I used thigh meat and cooked it for a long time over the stove.

Also, for the crust I used my favorite crust recipe with almond flour in it as well as regular flour -- it complemented this dish very well! :)

Thank you Vincy for sharing your great recipe!
I was concerned about how dry it would be after I cooked it, as it seemed super thick when I dished it into the individuals serving size pans I bought, but it turned out to be good. I made my own pastry, and I froze them before cooking, put them in the oven frozen and it took over 70 minutes at 375 to bake them through.
This recipe was great. I did add a little more salt and pepper and some thyme and was great. It may have been a little to thick for my own liking but the wife and kid loved it. I may start with a 1/4 cup of flour next time and see how that works.
Delicious fits the description of this recipe! I used 4 chicken breasts, went a little heavy on the potatoes and carrots, and added peas to the filling. Worked out perfect at it filled 2 9" pie plates. Made this with a bottomless crust, yet it held together very well.
WOW! I made two slight changes. I have garden full of dill and I added just a bit of fresh chopped dill weed (not dill seed). Then when I tasted it before baking it was bland so I added some Season All seasoning to taste. It is incredible! You will never buy another sad frozen pot pie. It is well worth it. It can be baked and saved for reheating the next day, too.
Used this recipe as a reference for portions and the sauce. I had leftover chicken and vegetables from dinner a couple of nights ago. All I can say is WOW!! This recipe is spot on and it will be the only one I use from now on. Thanks!!!!!
I also cooked the chicken in the chicken broth with a bay leaf - perfect!
Excellent recipe for pot pie. The only change I made was to add some peas to the mix, but this dish needs no tweaking, it's perfect as is. Thanks for sharing this keeper :)
Very good comfort food
I am alone so I cut the ingredients in half. I used a 9&quot; pie plate the flavor was good but it was dry it needed more lguid. I'm a new widower.I'm just getting my feet wet.
This was absolutely delicious! I've never eaten chicken pot pie before, but my husband has and he wanted it for dinner. He raved about this recipe and I did too! To cut back on calories ab it, I subsituted skim milk for the half-and-half, only used about 2 cups of chicken and only 1 pie crust over the top. Delish!
I made a few changes to this recipe as I was making it for two. I used heavy cream instead of half and half, one can of broth, substituted butter for margarine, and added mushrooms, just because we like them. I also deglazed the pan with sherry after saut&eacute;ing the mushrooms with the other vegetables and used puff pastry. This was amazing.
Delish! It was creamy and is really yummy! I used Recipe #51537 for the crust. I will definitely make this again.
I can see why you have 121 ratings and 5 stars, this was so good. Who knew home made could taste this perfect. 
I am 9 months pregnant and due any day literaly, so I made these into pot pies, for freezing to eat after the baby. They made 7. It is now a family Fav, after just one try my husband says he would like to eat it again :) I took the advice of KIM D and added some peas, but mixed vegi's could add that much more, a good way to slip your servings of vegitables in :)
Wow! Thank You for such a great recipe! Say bye bye to store bought pot pies, this was very easy & delicious. I went through other reviews & followed some of the tips other reviewers left. I used chicken breasts & cooked them in 2 cups of chicken broth & a bayleaf. The chicken came out awesome. I made homemade crusts for top & bottom cause we like crust : ) I also used heavy cream instead of half & half and it gave it a really nice creamy texture. Added some peas too. The sauce as it was isn't as bland as some say, but for my taste, I added some sage, a touch of nutmeg, and some thyme. Perfection!
The cream-dreamiest chicken pot pie ever! This is permanent comfort food in my cookbook. I added a handful of frozen peas but changed nothing else. I made the filling ahead of time, refrigerated, and then just added the crust and baked when we were ready to eat - how easy is that?!
GREAT! I loved that it didn't have a can of soup in it! It was YUMMY, a keeper. Even the DH who doesn't like Pot Pie loved this one. Thanks!
Made this and me and my bf LOVED IT!!! Thank you soo much for this recipe!
I made mine into 2 seperate pie pans of pot pie, and it worked perfectly! Added a can of mixed veggies to one, and frozen veggies to the other to accomodate everyones tastes in our house. Everyone was happy and thought it was just delicious! We will make this again and again, thank you for sharing this fab recipe!
I've seen a few reviews with people saying there was too much liquid and I have to disagree! This was delicious. I found this to be a comfort food which was perfect since I haven't felt well. I will definitely make over and over again. Thanks vincy!
This is a great pot pie recipe. I did double the recipe and had enough to do another smaller pot pie. I placed half the mixture in a 9x13 pan lined with pie crust on the bottom too. I also added garlic powder, thyme, and old bay garlic & herb seasoning to the vegetable mixture for added flavoring.
I changed this up a little to suit our tastes. I left out the celery and added mushrooms, peas, and pearl onions instead of the chopped. I cut them in half before adding them in. My family really enjoyed this old fashioned comfort food, as did I! We will have again, and soon according to my son and hubby! Shirley
I used this recipe to make individual size pot pies in a muffin tin and it was the best I've ever had! Thanks so much!
This was the best chicken pot pie ever! I boiled the chicken and used the broth in the pot pie. I also added some Mrs. Dash and celery salt. It really added to the flavor. It was great! Thanks!
DELICIOUS!!! WOW!!! I am so used to being disappointed in recipes, but not this one. I made it according to the directions (a couple tiny mods as noted). I so hate it when people totally modify a recipe and then rate it -useless. First off, the directions seemed to indicate you should use the 2 pie crusts on top. I used a 9 inch pie pan and used a store-bought crust on the bottom and one the top. The filling was about 1.5 times as much as was needed to fill the pie, so I would do about 2/3 of the recipe next time. Another little change is that I only used about 3 cups of cut up chicken as that is what I ended up with form 3 large chicken breasts. And I added a little bit of poultry seasoning, which added a perfect taste to it. It was great. The right consistency, the right flavor, the right amount of salt, etc. I will make it again! Another little note - I boiled chicken breasts in 4 cups water with chicken boullion. Then I shredded up the chicken and used the liquid as the chicken broth. I put a little of the onion, carrots and celery into that liquid as well when boiling the chicken breasts. I think it would also have been great with roasted chicken as well. Thanks for the recipe. I was looking for one that didn't call for frozen vegetables or canned cream of chicken, and this was perfect!
I made this using recipe as a guideline yet tried to use up produce I had on hand. I sauteed one large shallot with four celery stalks chopped and four red skin potatoes with their skins still on but chopped into large pieces. Only sauteed above for about 4 minutes then added five sliced cremini mushrooms and two serrano chilis which I minced finely in addition to five cloves of garlic which I grated. Let that cook for 2 minutes then added the flour and stirred well. Added Better than Boullon chicken flavor with two cups of water and heavy cream, brought up to a boil to thicken. Then added 1/4 cup chopped italian parsley and salt and pepper. Added about 1/4 tsp. of cayenne pepper and 1/4 cup dry white wine. Needed a bit more flavor for our taste, so I added 1 tsp. of thyme and two packets of Swanson&#039;s Flavor boost, chicken flavor. Added the rotisserie chicken pieces then and poured all into a Pam sprayed 9x12 casserole dish. Topped with one package of Pillsbury Crescent rolls, which covered the whole filling(had to stretch it a little to reach the corners) and then I baked it at 375 for 45 minutes. Really easy and tasted great!!!! Made again but used sherry instead of wine, used pearl onions, green beans (cut into 1&quot; pieces), 4 carrots, one bell pepper, 4 Serrano chiles and I used one pkg. of crescent rolls for the bottom crust and I used two pkgs. crescent rolls for the top crust. Those were the additions I used in addition to the veggies I wrote down in my first try at this recipe.
Made a few changes this evening, OMG it was great. I made the 2 serving size to start. I change the chicken broth to 2 1/3 cups water with 1/8 cup fresh minced thyme, 1 1/2 tsp dried parsley and 2 1/2 Chicken Base with 10 oz bites size chicken to cook the chicken. Than I added 2/3 cup frozen peas to vegetables. after everything was combined I spooned filling into 4 individual pie tins and topped with store brought refrigerated pie crust and brushed with egg whites.
I added frozen peas to mine, as we love them, but then followed the recipe and the results were excellent! What a comforting meal now that the weather is cooling off. I found a great biscuit recipe that we all love, and we had them, Recipe #220639, along with our pot pie. What a delicious meal! Thanks for sharing.
I'll be making this tonight for dinner. I've made it once before and it was wonderful, but I will be cooking the veggies longer. I also left out the onion. Instead of pie crusts, I put a sheet of puff pastry on top and everyone loved it. I got nothing but compliments. My entire family hovered in the kitchen, waiting while this was cooking.
I thought this was a quite simple and delicious recipe. It's definitely a go to winter classic! Thanks for sharing!
**Update-I also throw in a bit of poultry seasoning and buy a rotisserie chicken from the grocery store to save time**

Since making this the first time, which was 2 weeks ago, I've now made a double batch (4 pies) and given them away to friends who I shared pieces of the original pie with.

I make ONE change. I buy two deep dish pie crusts, and am able to fill both crusts then I like to use puff pastry as a topping crust. That's the only thing I change on this. I either lattice the puff pastry or do cut outs and foil the edges so they don't burn while the middle part bakes.
I have to agree with the other reviews in that this is the best chicken pot pie we've eaten. My husband raved about it. His only comment was that he wished there had been crust on the bottom (I make my own). There will be next time. It is rich and creamy but not runny. Its a super recipe I'll make again and again.
A lovely recipe. <br/>If you don't have any chicken broth available just add a few chicken bouillon cubes and thicken with two tables. conrflour.
Tasted great and looked good too, thanks!
my go to pot pie recipe. only change is i added garlic because we love garlic!
Delicious chicken pot pie! I wasn&#039;t sure how much this would make, but I made a half recipe and it ended up overflowing a regular pie dish. I only used a top crust to make it a *little* lighter. It was easy to make using a homemade pie crust out of the freezer and leftover roasted chicken. I added some peas as well. My toddler son won&#039;t touch it, but DH liked it. Thanks for a great recipe!
Made adding frozen peas in with the carrots, but otherwise followed the recipe and WOW, was this yummy!
this is unbelieveable. they literally asked me to make it again the next day (i didnt) lol. very, very good! easy to make too. 5 stars, fo sho
Absolutely best pot pie recipe out there. I have been making this for a couple of years now with Turkey leftovers and it is the best.
This recipe says it takes some time, but i felt it went together pretty easy. Especially if you're using a frozen pie shell. I made a few changes - added more veggies, used Almond Breeze unsweetened intead of half n' half. But it still came out delicious. I'm adding this to my favorites.
This has plenty of good reviews already, but I'll add my one more.

I looked this up after getting fed up with pot pies from the freezer section tasting like salt, and this one lived up to its 5 star rating. Yummy and fulfilling. 

I used boiled chicken in my first pot pie.. I think I'm going to go all veggie on the one I'm cooking tonight. 

Thx for this recipe. It will always work for a freezable dinner as well.
Simply wonderful. We used Marie Callendar's pie crust and it came out flaky and delicious! Also I used Healthy Request Campbell's cream of chicken soup and 2% milk instead of broth and half and half. I thought I had chicken broth in the pantry but didn't. Came out wonderfully. This is a keeper for sure! Easy to throw together since we used store deli rotes. chicken. Fantastic, and thanks for the recipe!
Made this last night. Exceptional! I used butter instead of margarine and for the half-and-half, I used the suggested substitution (1 cup less 2 tbsps milk plus 1 1/2 tbsp melted butter). Worked like a charm. As I didn't have chicken broth on hand, I sauted one diced onion and 4 cloves sliced garlic in olive oil. Then I added about 4 cups of water and the uncooked chicken and threw in a stalk of celery (cut roughly), one carrot (cut into thick slices) and two whole onions (skinned). I left it boiling for an hour and voila, I had cooked chicken and chicken broth. Although I didn't simmer the broth for hours and I didn't use half and half, how this turned out was still amazing! I cannot believe I have been paying so much for pot pie in restaurants, this was better than all I have tried!!
I have made this twice now. Once with the chicken and once with turkey and turkey stock. The chicken I just used one crust on top and for the turkey I had a top and bottom crust. Delicious! Thanks for sharing!
I am a full-time house wife and Mom, but I also work 4 nights a week as a cook. The family I cook for really enjoys comfort food so I am always on the look out for quick, but tastey recipes that avoid any cream-of-goop-clog-your-arteries soup. This has been the best recipe that I have found on recipezaar so far. So easy to make I threw together 2 of them and both my family and my employers were clamoring for more!

I did substitute bullion for the broth (alas I was out of stock) and so omitted adding any further salt. I also added a bit of summer savory which added a nice herby flavor. Sage, thyme, or majoram would be good too I think.

Oh! And for a creamier texture I used half a cup of heavy cream instead of a full cup of half and half. 

I also made my own pastry (I try to keep as much of my cooking "homemade" as possible). Sift together 1 C. flour and 1 t. salt. Cut in 1/4 lb. cold butter or marg. till resembles coarse crumbs. Whisk together 1 egg yolk and 2 T. ice water add to flour mixture and mix till it just comes together. Let rest in frig for 20 minutes then roll out and top pie. Easy-peasy and SOOOOOOOOO good.
I'm just biting into this now and WOW! Yummy and not all that much work :) I did add peas and mushrooms but otherwise made it exactly as written. Very good!!
I am by no means a great cook but I tackled this full force and it is the best thing I have ever attempted. My boyfriend said it was better than his grandmother's chicken pie and that was one big complement...of course we can never tell her he said that. Very much worth the effort. Can't wait to make it again.
This is excellent. A lot of work but sooooo worth it!
Good, but I have to say I'm not sure what all the fuss is about.
Yum!!! This was a wonderful chicken pot pie. I used both a top and bottom crust. The only time consuming thing was chopping the vegetables, otherwise, this is a really simple recipe. I cooked the veggies a little to long, so the potatoes started to fall apart. I added one more potato right before I poured the mixture into the pie crust so I would have some potato chunks in the pie.
My first pot pie ever. The only addition I made was a pinch of rosemary. Very Tasty.
EXCELLENT! This recipe is pure comfort food. I added frozen peas,corn and a touch of garlic. Thank you Vincy for this winner!
This was great... thank you for sharing!
Very good recipe. Like it says it does take a while to prep but it is really good. I put the crust on the top and bottom, even though the recipe said to only put it on top, next time I make it I will let the filling thicken a little bit more, and I am going to add some peas. I would recommend this recipe to anyone!
Easy and great!
I used Turkey leftovers instead of chicken.
I also made a side of stuffing.
Thanks!!

Lisa
Oh, yes!!! Yummy, yummy. My husband and son insist that I make this again. This will be great on a cold winter day! Also, I used No-Fail Pie Crust (Recipe #105545) with this recipe. Thanks, Vincy!
Thank you for this recipe. Back in the 1940's and 50's I would have to go to New York City. I always looked forward to going to Horn and Hardarts "Automat". I ALWAYS had their Chicken pot pie. They were famous and justly so. This is as close to them as I feel anyone can get. Rich, wholesome and delicious. This will be a regular in our home from now on. Thank you.
Cap'n Jack
SUPER DELICIOUS!!! By far one of my favorite recipes!! My fiance really loved this too. Although cutting up ALL the veggies & cooking the chicken before-hand separately is time consuming, it is all well-worth it in the end! Very tasty & comforting
Comfort food at it's best! We enjoyed every mouthful! I added frozen green peas to the veggie mix. I also used ready made pie crust, but made the filling following the recipe to a T. Will make again and again! Next time I may try adding in some mushrooms too. Excellent!
This was delicious. Instead of pie crust I used a bisquick mixture of 1 cup bisquick, 1/2 cup milk and 1 egg and mixed this together. I used this mixture and put it on the bottom of the pie plate and cooked for 10 minutes then put the veggie/chicken mixture on when ready and then another bisquick mixture on top and cooked for another 30 minutes. I also put the salt and pepper in with the flour along with a little rubbed sage and a Pampered Chef rosemary spice mix. The only thing I would do differently is add a little more cream/broth mixture because I like mine a little more saucier. Yummy recipe! My daughter had two servings.
Excellent chicken pot pie. I love the sauce. I thought it was easy and has great flavor. I did add a few fresh mushrooms when cooking the veggies maybe next time I'll try broccoli.
Great and easy pot pie! The leftovers were even better. I cut out "I [heart] U" from the leftover dough and placed on top of the crust; it was a sweet surprise for the husband and kids. My husband especially loved this one. Thanks for a keeper!
This was great but very time consuming.
As is, I give the recipe three stars. With modifications five. When I made the recipe the first time I followed it except I doubled it and added peas. My boyfriend and the roommates said it was good and only a quarter of it was left by the end of the day. I thought it was good but felt like something was missing. So, next time I made it I still doubled it and added peas. In addition I added thyme and garlic and seasoned the chicken with poultry seasoning. With these small changes it changed the dish into a delicious meal.
wonderful recipe! Easy to adjust with what you have in the house. I've done this with kielbasa sausage instead of chicken. Yellow squash, broccoli, or mushrooms even work in this. I've used puff pastry for the top crust. The only limit to this is your imagination and what's in your pantry.
This is the only recipe I use now for chicken pot pie...easy and delicious...Thank you for posting...
This recipe was... WOW. Me and my boyfriend really enjoyed it. I used two chicken breasts, cooked them in chicken stock to add more flavor to the stock. Cut the potatoes, I didn't dice them I cut them in 1 inch chunks and that seemed to do the trick. Other than that I followed the recipe completely. I added peas and a little bit of corn for extra veggies. For those of you out there who were as confused as I was... YES you do use both pie crusts for the top. There is no bottom to this pot pie but feel free to change it up a bit. My filling fit into a 8*8 pan (should have used a 9*13 ) as towards the end of cooking it started to bubble over, either way it was fantastic. It was creamy, savory and oh so yummy.
my boyfriend would always buy tiny pot pies from the store that i thought were gross, so i am so pleased to have found this recipe that worked out perfectly. i took out the celery and added some peas, though i would recommend adding those later. they have a tendency to get smashed, making the mixture kinda green. and i used Recipe #148258 for the crust. thanks for the recipe!
Great recipe, but if you are good fat/bad fat conscious the following changes work very well: Use 1/3 cup olive oil for saute instead of margarine. Use one can of low fat evaporated milk instead of half-and-half.

Addendum: Made the same "filling" then plopped heaping tablespoons of biscuit dough on the top. It was great! Have had requests for a repeat performance!
This was wonderful! I also added frozen peas. I used a whole roasted chicken, and shredded the meat, which turned out really well. The sauce was creamy and the veggies were perfect. Great comfort food on a chilly fall day! Thanks Vincy!!
So easy and yummy! I added some mushrooms and diced jalapenos in the filling. Delicious!
This recipe was delicious!! I added some additional seasonings and used skim milk instead of half and half since that's what I had on hand. My husband said that it's one of his favorites already!!
This was fantabulous! I used a biscuit recipe for another pot pie for the crust and it turned out amazing. The only thing I did differently was I didn't have any onions, so I put about a Tbs of onion powder in with the salt and pepper. I think this is going to turn in to a family favorite! thank you!
Really easy and tasted great.
I think that this is the best Chicken Pot Pie. I think that this is a nice family dinner that every one can enjoy it. I am ten years old and i enjoyed making it. It is a easy meal to make and I made it all by myself with just a little help from my mom. If you are looking for a great meal than you should try this Delicious Chicken Pot Pie! So go to the store get the stuff you need an make this Chicken Pot Pie
This is a hard-to-beat recipe for chicken pot pie and oh, so worth the extra effort in cooking it. My family raved about it, and one of my father's employees (a young man at that) even asked for the recipe when he brought it for lunch the following day. I believe I added a little more spice, as well as some frozen vegetables to make it more filling. I paired it with one of the no-fail pie crust recipes, changing to have half butter, half shortening. I couldn't have asked for a better result. Thanks for posting!
This was absolutely fabulous!! Thank you SO much for this recipe, it will be a family favorite. I followed the recipe to a T and it was perfect!! Everyone LOVED it and I will definitely be making again and again!!
Yum, yum! Easy and delicious! Thank you!
Oh my goodness is all I can say about this recipe. It was the most elegant and delicious thing I think I have made in a long time everyone in my home loves this pie and I recommend that you try it I used the regerated pie crust from Pillsbury for both top and bottom...how wonderful..YUM ...If you have kids that are picky eaters this will be a hit. Mine refuses to eat any other type of pot pie especially the yucky frozen ones. I substituted the broth from a 18 oz can of chicken noodle soup had to add two ounces to get to 2 cups it added more dimension to it than just the plain ordinary chicken broth in the box or can....delicious people try it you won't be sorry
The only thing different I did was to eliminate the dairy product and used ALL chicken broth. I'm told that the dairy product is absorbed too much to retain it's gravy's consistency.
This was so good! I had some frozen veggies so I used the potato, onion and then 2 C. frozen veggies in place of the celery and carrot. Other than that I followed the recipe exactly. DH said it is the best pot pie he's ever had!
This is awesome! I added peas and mushrooms and instead of using half and half I used silken tofu and rice milk (latose intolerant family member) and low sodium chicken broth. It was outstanding!!!!! My family loved it! Thanks for sharing!!!!!!
This was fabulous -- comfort food at its best without the sodium and hidden fats that come in the pre-packaged, frozen pot pies!

I followed kfinkle's suggestion for cooking the chicken (baking with some broth in the oven) except I used chicken parts instead of chicken breasts. A definite plus as it gives a variety to the type of meat (white and dark) and cuts down on too much of the chicken being overcooked, as chicken breast is sometimes prone to.

I also followed BethFex's recipe for the pie crust -- her recipe was very easy. And, without a doubt, the homemade crust is a key component to the success of the recipe.

I too added some frozen peas to the veggie mixture after the other veggies were cooked.

I highly recommend this recipe. As some other posters noted, much of the prep work can be done ahead of time and the assembly of the meal is relatively quick.

This was yummy and I will definitely be making it again. Thanks!
Just thought you needed another outstanding review!! I've made this twice now and will continue to probably forever. The only thing I changed was to replace 1/2 cup flour with a roux, of only 4T of flour. I also added broccoli last time for more nutrients. YUMMM!
This was so easy and delicious. I was only cooking for two so I cut the ingredients in half. It came out perfect. I cooked it for 30 minutes and the crust came out golden brown. So good!
This was excellent! Both my husband and I loved it. Next time I think I will try to use my own homemade crusts. Definately going into our list of favorites. Thanks for posting!
Easy for a homemade pot pie. I boiled my chicken and used that delicious stock in the pie. Used FF half & half, and it was still thick & creamy. Me and my man ate the WHOLE thing for dinner by ourselves!
Excellent! My husband loved it too! Will make again!
The filling is great but make sure you find a good recipe for the top. If not all your work is for nothing.
A little on the bland side but otherwise good comfort food.

Because of the nutrition facts (calories and fat grams) probably not more than a once-a-year dinner for us.
Great recipe, I used yams and brocolli (they were in the fridge) and it was excellent
Wow, this is amazing! Even if you think that you don't like pot pie, TRY THIS! I added peas and Tony's seasoning to the mixture, and used a pie crust on the bottom and one on the top of a shallow glass pie pan. I had enough mixture left to freeze for another pot pie. I had no idea my husband would make me thaw it out the very next night to make again. This was a huge hit here! He is very picky and thought he didn't like pot pie, but loves this recipe and so do I!
I was looking to make chicken pot with a creamier base...but using up the frozen veggies and mushrooms I had on hand I sauteed the mushrooms in butter, then followed the recipe exactly regarding the sauce. I agree with the other reviewers that the seasoning could be kicked up a little bit. I topped the mixture with some puff pastry. My family enjoyed it and there was enough leftovers for lunch the next day. I plan on trying this recipe with the potatoes and veggies...but would probably stick to a puff pastry for the topping as I am not keen on that much pastry. Thanks for the posting!!
WOW. Just had this for dinner. The BEST chicken pot pie. I did add one clove of minced garlic. I used red potato. Trader Joes makes a Mirepoix already diced and ready for cooking. This made it quick and easy. This will be added to my favorites.
Like the title says..."Delicious" and easy to make!!! Being a food snob, this recipe has made my binder of recipes! Made it twice in the last 2 1/2 weeks and hubby can't get enough! He loves it! I would recommend making your pie crust from scratch...the combination is amazing and pie dough is very easy to make!
This recipe was SO good, even my picky preteen loved it. It's sometimes hard to find recipes where you can use white meat from the chicken or turkey and still come out with a lot of flavor, and this one definitely had a lot of flavor. (I used leftover turkey breast) We will be looking forward to having this again after Thanksgiving. Thanks for the great recipe!
made this last night, it was a hit! also threw in a can of corn niblets and used red creamer potatoes - awesome!
I've made this a half-dozen times now, but always forget to post a review, sorry! Anyway, you hardly need ANOTHER five-star review, but here it is anyway! And I agree with the last reviewer: I didn't think that this took much time at all - very easy recipe! And I'll tell you another thing - the last two times I made it, I never bothered cooking the chicken first. I mean, it does seem slightly wrong and poisonous to slop all that raw chicken into the lovely cream sauce, but it will obviously cook up just fine after 45 mins in a hot oven! Not only that, but all the lovely cream and stock means that the chicken is almost "poached" in the sauce during cooking, and so it comes out very tender and juicy - I will always use raw chicken from now on! Delicious - I wish I could give it 10 stars!!
First time I ever made Chicken Pot pie! I followed directions to a T and I loved it!
Wow! This was a HUGE hit with my super picky family. Only changes I made were to add a cup of peas and to divide the filling between two pie plates and use one crust on each. This is definitely a new family favorite!
This was REALLY EXCELLENT! We had to use a puff pastry for the crust, because for some reason none of our local stores had pie crust and I was too lazy to make one from scratch. I'm really glad we used puff pastry cause it was PERFECT! I think next time I'll add some peas, cause I like peas, but otherwise I wouldn't change a thing, this was really tasty!
This made 2 deep dish (frozen) pies.
Excellent! This deserves the 5 stars. My husband had a hard time getting past the fact that there was no bottom crust so next time I'll add that. For the potatoes I used cubed frozen hashbrowns and for the carrots I used frozen peas & carrots with great results. We really enjoyed this.
Fantastic. This was absolutely wonderful. I added 1 can of peas, otherwise followed the recipe. I
Thank you ever so much , Mrs Bramblett, for this delicious recipe for Delicious Chicken Pot Pie! You are a graeat cook.
I've made this twice now, the first time exactly as stated and it was an excellent base recipe as far as the veggies but I felt like the filling needed more flavor. Also I wasn't happy with the crust recipe I used so decided to give it another go tonight and with a few tiny tweaks it turned out AWESOME. To modify it, I made sure to sprinkle poultry seasoning (very generously) on the chicken before baking in the oven the day before assembling the pie. Subbed garlic salt instead of regular for filling, didn't taste garlicky just added a little something, also used white pepper instead of black. Used some skim and some whip cream for the half and half. This turned out GRUB, we each had two huge portions and honestly I could have had a third. Thanks for posting, I finally have a pot pie I am proud of!
Wow! I promise to never make Chicken Pot Pie with cream of whatever soup again! This was really really good! Thanks vincy!
Make for Zaar Cookbooks tag game.
I made this wonderful dish last weekend. This was my first attempt at a homemade chicken pot pie. This was delicious. I did double it like another reviewer said and put it in a 9X13 pan and topped it with the pie crust. I made it exactly like you said and it was so good. It was even good the next day. Next time I think I will add some frozen peas. Thank you so much for this wonderful recipe that will be made again and again.
My family absolutely loved this recipe! Prior to making this all of them detested chicken pot pie. So one night when I was alone, I decided to make it for myself. I practically had to beg them to try the leftovers. They were hooked immediately and have since asked me to make it again. I too, think this is the best recipe I have made thus far from this site. I followed kfinkles suggestion and cooked the chicken in chicken broth and a bay leaf. I then used that liquid in the recipe. I also added fresh mushrooms. Thank you very much for an outstanding recipe!
This was so good we made extras and froze them. I did use a crust on top and one on bottom. I added white pepper, cayenne, curry, and garlic to make it more spicy for some friends from India.
I used left over chicken, and heavy cream, also a frozen pie crust for the topping. It was simply awesome. No way am I going to frozen stuff... best I ever made!!
This was delicious! My family loved it! It was very easy to make, anyone can do it. I used a 9" deep dish pie pan and made a bottom crust too using a simple Betty Crocker double crust recipe. I also added a handful of frozen peas, a half a can of corn and substituted 1 cup whole milk for the half & half.
This was fabulous. I forgot to buy half and half so I used heavy cream instead. I also added a half cup of peas and 1 tsp of poultry seasoning. This was a perfect way to use up some of the frozen turkey I had from thanksgiving. I'm keeping this recipe on file.
Great recipe! I do make my own because I am tired of store bought pies having NO POTATOES!
I love your recipe, but do always add peas to mine........bb
This is one of my favorites and not hard to make for the taste! I go a little crazy with the crust. I buy 2 crusts in their pans and then get 2 role outs for the top. So this makes 2 pies perfectly for us. Leftover are wonderful also! Thanks for a great recipe. I'll never buy the expensive store bought again!
Absolutely delicious! Followed the recipe to a T. I did add a splash of white wine. I used boneless breasts cut into chunks and boiled. Next time I might add peas. There was not a drop left over. Will definitely make this again.
Thanks Vincy
Review 608, and this recipe should have a 10 STAR rating. It's wonderful. I incorporated some Emmental right before pouring into the casserole dish. I will NEVER buy a "pre-fab" pot pie again.
My husband's first comment was, "Wow, you won't believe how much better this is than those 49-cent frozen chicken pot pies!" (He ate a lot of those in his bachelor days.) We followed the recipe exactly, and it turned out really well. The only things I'd change are the seasonings - I think it could use a little more something to bring out the flavor - and the crust - I think the amount of filling really needs a bottom crust. Next time, I may make it in two deep-dish pie plates and add a bottom crust, and maybe a little Tony's seasoning and garlic for additional flavor. And oh yes, there will be a next time - this is a good recipe. Thanks for sharing, vincy!
Loved this recipe! Comfort food at its very best! The flavors are so wonderful together. This is our family's new chicken pot pie recipe for sure.
Wow-so tasty-I did use a chicken broth base that comes with some spices added (in a jar near the boulion cubes at the store)and it made for superb flavor. Thanks for th recipe-my family loved it.
FABULOUS!!!
Very good! I used too many potatoes and it ended up being a little dryer that I like it so next time I'll make sure to use the amount of potatoes called for or maybe make extra sauce.
Wow, comfort food at its best. This is very delicious. My brother pointed out this recipe to me while we were on the phone, I looked at it and had to make it. He made his with the pie crusts, on bottom and top, he told me his family loved it (4 children). I made mine with a biscuit topping, just to be different :) , it is delish! We both added green peas to ours, it is what we are used to, He told me that he might add a little more liquid, but it wasn't really nesasary, I added a little more liquid (per his suggestion) and it came out perfect. Coming from people from down South US, this is as good as it gets. (next time I may add a little green bell pepper and mushrooms) Thanks for the recipe!
Great flavour, overall a beautiful warming, hearty meal.
This was really delicious, even if it does take a bit of time. Hands down the best chicken pie I have ever made. I used puff pastry for the top crust. Definitely will be a recipe I use again and again in the future. Thank you for sharing.
This was very good & am going to make it again next week. I used butter instead of margarine (the ingredients say margarine but the directions say butter). I also substitued the celery for peas. Please note that it only takes bout 25 minutes to bake not 40-50.
I just made this tonight and it was wonderful. I doubled the recipe and added frozen peas. I used a rotisserie chicken cut up. I did have a problem with the crust getting brown too fast so I covered it with aluminum foil the last 15 min. Thanks for posting.
Let me just say delicious, delicious! Really satisfies that home-cooked comfort food craving you get every so often. Thank you for posting. :)
So very good! I added mushrooms.
Excellent!!! I had such a craving for Chicken Pot Pie. I made this with a Rotisserie Chicken from Costco. I cut the recipe in half, and it fits perfect in a 9 inch deep pie shell. I used the other pie shell for the top. Next time I will make my own crust. Thank you for sharing this recipe.
Great comfort food meal!!! yum! made home made wheat pie crust.
What an awesome recipe! Made just a few personal changes (added some extra veggies: beans and peas) otherwise followed the recipe as written. DH wants this again and we've vowed to never purchase another store-bought pot pie again. Thanks Vincy!!
So many great reviews and I can see why. We love our comfort foods and this one really hit the spot! I served up some homemade biscuits with them and it was one comforting meal!
While I loved this and we couldn't stop eating it, I think I liked the filling so much more before I baked it. So next time I may leave the potatoes out of the filling top with mashed potatoes and just broil for a minute or two. I had also added frozen peas to the filling.
Love this recipe! I substituted filo dough for pie crust and added 1/2 can of Cream of Chicken soup. So yummy and easy...
I cooked extra chicken breasts for dinner the previous night. I make the 1-pound tenderflake pastry which makes 6 singles. I freeze them. I took out one the day before and let it sit a day in the fridge. I had my own chicken broth frozen too and let it thaw in the fridge overnight. It still took a while to prepare but was excellent. I added broccoli and cauliflower. The more you can do ahead the better!
OMG! I just made this for dinner tonight. Believe me the two hours of prep and cook time are well worth it. I followed the recipe exactly as this was the first time making it. I might add some seasonings next time but honestly it's divine as it is. This is definitely a keeper.
This was my first try at making chicken pot pie and it turned out great! I used olive oil and 2 tbsp butter instead of 1/3 cup of butter when I sauteed the vegetables. I also used cream of chicken soup instead of heavy cream or half and half just to make this more healthy and it tasted great! I used the boxed pie shells (you just add water) and used this for the topping. My husband and I loved it! Glad I made two pies and froze one of them for later!
Shame on me for not reviewing earlier!!! This really is so so easy and so so great. I have never made any pie. SO I was a bit nervouse. I bought the pilsbury pie crust and it turned out so so darn good!! Really great and simple comfort food. GOt to try it. Is sure to impress all!!!
I made this for Christmas lunch for my family and me. We all loved it! I did add a few more veggies than called for. I will definitely make this again!
Loved this!!! I used a little more potato (we're tater lovers), nixed the celery and added half a bag of frozen peas and carrots. Didn't have any half-and-half, so used a substitute of of 1 cup 2% milk & half a stick of butter. This will be added into our menu rotation for sure!
Yummy! Delicious! My only suggestion is to add your favorite savory spices to taste. I added garlic, basil, sage, rosemary, thyme, oregano, and extra pepper. Turned out the best pot pie I've ever made or even tasted!
My first time - at age 62 - making a pot pie rather than buying the small ones. I had no idea what I had been missing! This was absolutely delicious and for some crazy reason - fun to make. I added a little minced garlic but other than that used the recipe exactly as published. Yum. Double yum.
I modified the recipe a bit and it came out fantastic. First off, I cut all the measurements in half except the potato; I put in 2 sliced medium potatoes.

Secondly, to cook the chicken, I boiled it with the veggies from the start in 4 cups of chicken broth. This cuts out the margarine, which just adds extra calories. After the chicken was cooked, I removed it from the pot, chopped it up, and put it back in the pot along with the salt and pepper and I let the mixture simmer for ~15 minutes. Then I added the flour and 2tbsp cornstarch mixed with water to thicken the mixture instead of half-n-half.

When I baked it, I only used 1 pie crust on the top, because 2 is just extra calories.

Came out delicious! I know I hardly followed the recipe at all, but thanks for getting me started.
This is amazing!!! I make it all the time and follow the recipe exactly. I use Pillsbury pie crust. Definitely the best chicken Pot Pie I've ever had!! A must try
Wonderful. 
I used leftover chicken from a whole chicken I roasted the night before. I reserved the pan juices and de-greased them. I used the juices for some of the chicken broth. I did have to add some broth to total 2 cups. I also added sage and 2 cloves of garlic.
I do not care much for pastry crust so I used the dough from a tube of crescent rolls. My took 25 minutes to brown using the dough. I will be making this often.
Very Yummy! I added peas and corn to the mix. I have made this twice this week!!! It was gobbled up so quickly the first time I was force to make a second. Well worth it!!!!!! Thanks!
This recipe was absolutely delicious. I added mushrooms to mine and they were perfect. Because I used a biscuit crust instead of a pie crust, I also cooked my vegetables a little bit longer and they turned out just right. I got my very anti-vegetable family to eat the entire thing!
Very tasty and easy to make. I think next time I won't add the flour for the gravy. That made it a little more lumpy than I could have liked. My kids enjoyed this meal, which is a great compliment in itself. Thanks for sharing!
Ok I have one problem with this recipe, I'm tired of making it! LOL
I've made it for neighbors and family and the keep asking for more! I have 3 picky kids and they all love it! My oldest son said it's better than the Banquet ones grandma buys! LOL Well I hope so! But this is the best Chicken pot pie recipe. The only thing that I do different is I cut down all the other veggies just a little and add a cup of peas!
This recipe is delicious! I did change the amount of veggies, instead of 1 cup I did about 1 3/4 cups. I used 1/2 the butter for sauteing. I also added Vegeta in the mixture of vegetables and Lowery Season Salt instead of salt. I used heavy whipping cream instead of half and half. It was really good and I will make it all the time. A great comfort food in the cold weather in Ohio. Make it you will love it!
Super easy and great tasting! My sauce came out a little pasty, but that could be because I used fat free half & half. I also thought it needed a little more flavor, so I added a few shakes of thyme, basil, parsley, sage and garlic seasoning. I'm sure I'll be making this again! Thank you!
Very, very good! Comfort food at it's best! I made it using 1.5cups frozen mixed veggies (carrot, corn, peas, and green beans) instead of the carrots- next time I will add more carrots on top of the mixed veggies. I also substituted evap. milk for the half and half (I love that it doesn't rely on a "cream of" soup!). I actually used a frozen pie crust- dumped out of it's tin and thawed, then put 1/2 the filling into the empty tin, topped with the pie crust and baked. I then froze the other half of the filling for another (quicker) pot pie! It was the perfect serving size for my husband, myself and our toddler. Thanks for a fantastic recipe!!
Fabulous recipe. Made for dinner guests and received raced reviews. Thanks for sharing.
We really enjoyed this. I took some advice from so others and cooked the chicken in chicken broth with a bay leaf and saved the broth for later. I also added some garlic, basil and thyme.
I added thyme, a bay leaf and poultry seasoning to the stock to give it more flavor. The pot pie was AMAZING!!! Perfect for a cold night!!!
Haven’t tried it yet, but intend to. For the person with printing problem highlight the recipe, do ctrl p, and then print “selection” Hope this works for her, it does for me.
I hate to be one of the sole voices of dissent, but I found the filling here a little bland. It was still a good texture, but I would have preferred it to be more flavorful. Next time, I will add a chicken bouillon cube; I feel like that would add some needed flavor and still maintain the integrity of the chicken flavor.
Most Excellent! No more labor intensive than most things I cook. DH said 8 stars....Thank you for sharing
This turned out super delicious. It was fairly simple to throw together, and the instructions were very easy to follow. The sauce was wonderful, and everything turned out perfect. Thanks for a great recipe!
Delicious!! A very straight forward and detailed recipe. It really didn't take a long time to make, I had a pie crust in the refrigerator and my meat was already cooked. The only changes I made to the recipe was substituting turkey for the chicken and adding 3/4 cup frozen green peas. Will save this recipe to use again. Thanks.
i didn't have carrots so i left those out and just added a bit more potatoes and celery. So great!
I have made this a few times now and I thought that i should just add my two cents and say that this is absolutly DELICIOUS!!! Thank you so much for sharing this
This was a hit with my entire family. WOW...added chopped steamed brocoli and boiled the potatoes and carrots for approx 5 minutes prior to sauteing...absolutely delicious.
Made this recipe for the In-Laws (Southern Lifers). They kept complimenting on how good it was. At one point I suggested that, perhaps, I would add more garlic and some Thyme for the next one. My MIL made it very clear that any tweaks would not be appreciated. So...for my part, I was on a diet at the time and only had a small taste, but as is, it appears everyone loves it!! Enjoy! Thanks for a great recipe!
Wow is all I can say. This was so tasty and delicious I was amazed. Usually I tweek every receipe, However; this one I did exactly what was written, with the exception of adding Frozen Peas and I was amazed at how well it turned out. While, I'm a decent cook, I was a little nervous about doing this because I'm really bad at soups and stews, this was absolutly fool proof. Thanks so much for sharing the recipe.
I can't even begin to tell you all how easy this is to make! And delicious too. I had just 4 cups of leftover roasted chicken. This is very quick and easy to throw together. I diced the potates fairly small, for fast cooking-about 1/2 inch cubes. Carrots were also chopped on the smallish side, but big enough that they didn't get lost. Threw in some frozen peas when the chicken was added. I used a biscuit crust and cooked for 15 minutes, which was a few minutes too long--they were a tad dark, but still delicious. This was also plenty of time for the filling to get nice and bubbly, and everything was cooked inside. Family loved it, and I'll definitely be making this a lot this winter. Thanks!
This was the first chicken pot pie that I've ever made! It was really delicious, and my boyfriend loved it!! (He's a picky pot pie eater.) I basically followed the recipe with a few tweaks per other reviews. 1) I used 4 cups of cubed chicken breast that I boiled in 2 cups of broth with a bay leaf. I used that broth in the recipe. 2) I did the potatoes and onions as stated, but omitted the celery and carrot and replaced with 2 cups of frozen mixed veggies. 3) Several reviews said it could use more salt, so I used 2 tsp of garlic salt (in lieu of 1 tsp regular salt), a pinch of paprika, and about 1/2 tsp of Italian seasoning. 4) The pot pie filling filled a 9x13" glass casserole dish perfectly. 5) I used store bought crust. I used regular pie crust for the bottom, and puff pastry brushed with egg white wash for the top. My 9x13 casserole dish used one box each of the regular crust and puff pastry. I baked the whole thing for 40 minutes... it was slightly too brown (since I used puff pastry for the top), so next time I will bake it for 30-35 minutes. Thank you for sharing!
Another 5 star review! I used 1 c potato 1 c onion 1/2 c celery 1/2 cup carrots and 1 1/4 c mixed veggies, a added some minced garlic to veggies when sauteing. I also added some thyme rosemary and parsley to bump the flavor up a bit! I baked the crust on a large round stoneware seperate (my DH likes it that way) while the chicken mixture sets out to cool down a bit. I baked the chicken mix for about 30 min with a lid on. I will always use this recipe!
My family really loved this recipe. Reading it, it looked like a lot of work, but it really isn&#039;t. Plus, I can make it all organic if I want by making my own pie crust using organic ingredients. This time around I made it using a pie crust by Immaculate Baking Co. which is one I will go to in a pinch. To save time, I added a 1/2 cup of frozen peas and carrots instead of just the carrots the recipe called for. I didn&#039;t have any potatoes so I left them out and my family still gobbled it up. I will definitely make this one again since both my boys took the leftovers to school today in their lunches. :D Next time I might even try some sweet potatoes like one reviewer did! This would be a great make ahead dish to freeze then bake later as well. Thanks for an easy and tasty recipe!
Delicious does not even begin to describe this recipe!!! This is by far the best chicken pot pie recipe I have every tried. I did not use the pie crust as I did not have any frozen nor the ingredients to make one. Instead, I used 2 Cups Bisquick, 1 1/4 Cup Milk, 1/4 Cup finely grated Parmesan Cheese, 1/4 Tsp Garlic Powder...yummy! I also added 1 Tbsp of Italian Seasoning and 2 finely minced cloves of Garlic to the filling before I added the flour. I will definately make this again and again. WONDERFUL!!!!
This recipe confused me re how many pies, one or two crusts, etc. I did make as directed, adding a few pinches thyme, savory and garlic powder, and I did not do double crusts. I made 2 pies, one small, one large, each with just a top crust. We ate one pie just the two of us and froze the other. This pie was absolutely delcious, no two ways about it-just perfect and scrumptious. You will not be sorry you made this!!! Thanks vincy!!
Like this thing needs another review, but hey why not! Fantastic meal! made it for a girlfriend who had just had a baby. kept everything the same, except i did Buttermilk instead of halfnhalf, Gave it a great flavor. In the past I have also used this with the half and half and i think i like it better with Buttermilk. I also added some extra seasoning.... Will make this over and over! Thanks for a great recipe for chilly evenings!
As if this needs another 5* review! Delicious! Made one for us and another to take to a sick friend and her family. Thanks.
This was really good. Husband liked it. Frist i made the filling, the froze it in a gallon zip lock bag. Took it out and thawed in refrigator. Made fresh pie crust and put it to get and baked it. It turn out very good would do this again for oamc.
This was great! Yes, it took awhile, but that's ok. (:
I used 1.5 cups chicken and .5 cups turkey from yesterday (Thanksgiving). I used seasoning salt, butter instead of margarine, and added parsley and garlic powder.
Also, it was very filling! I was getting full just after a few bites. Thank you very much. (:
BEST chicken pot pie HANDS DOWN! I followed exactly what it says and next time I will add peas because I am just used to seeing them in pot pie. My husband really hate chicken but for this dish, he ate two helpings. So creamy and flavorful. I am making one for my grandma today. Thank you for sharing!! :)
i used vegetarian chicken pieces and more like a cup and a half since that's what comes in a package. i also used mushrooms instead of carrots since i don't like them, closer to 1/4 cup of flour, 1 1/2 cups of water to one broth cube, about 3 tbs of olive oil instead of margarine, and a little less half and half since i wanted less sauce. i added salt, red pepper flakes, dill, and 2 cloves of garlic but still found it a bit bland so i added a dash of nutmeg and half a tsp or so of chili powder as well as about 1/2 cup of low fat cheddar. at that point i was happy with the filling so i used puff pastry to line a pie plate and covered it with another sheet. i've never actually had normal chicken pot pie so i have no idea if my vegetarian version tastes how it "should" but this was pretty good.
My husband said this is the best chicken pot pie he's ever had. I mostly stayed true to the recipe. I cooked boneless skinless chicken breasts on low in a crockpot for 2 hours covered in chicken stock. I shredded the chicken instead of cutting it in cubes. I then used 2 cups of the broth for the pie filling. I added some dried thyme in the filling and some extra salt and pepper. I also made a buttery double pie crust homemade. The whole thing turned out amazing. Thank you for sharing this recipe!
VERY GOOD!! I have made this recipe several times now. I only put in a 1/2 cup of celery (personal preference). I also use two cans of del monte diced potatoes. I like to add peas to my pot pie too. Other than that...I followed your recipe to the T. It is great and easy. Thanks for the recipe.
First time making pot pie and the family loved it. Only used one pie crust.
I have never made pot pie before and my husband is not a big fan. That being said, I decided to make this anyway. I used Betty Crocker boxed crust - just added water. I used one on the bottom and one on the top. I was not sure what I was supposed to do with that! I used a pie stoneware. The only changes I made was turkey instead of chicken and I added mushrooms pureed.

This was a time consuming process but well worth it. It was a big hit for my family. I enjoyed having a homemade version of this - next time I will try making my own pie crust. Thanks for a great recipe!
OMG! This was fabulous! Even picky DH said it was great : ) I will be making this again. I did add 1 cup frozen peas (thawed) but other than that it was the recipe to a T. Loved it!
Made 3 pies and they are just delicious.Will make again and again.
I find it amazing how you all say this is a 5 star recipe and then say &quot;I added this and that&quot;.
Write your own recipe. Submit it and then let others judge how good or bad it is.
I just don&#039;t get it.
To be honest i have never really enjoyed chicken pot pie. Well this recipe converted me. This will be a staple in our home from now on. Thank you!
great recipe
This was sooo good and very easy to make. My kids even loved it and they hate everything!
This recipe was 5 stars and more. It was so delicious and not hard to make at all. After reading all the reviews and looking at the recipe I had to agree it needed some spices. Did everything in the directions but added a pinch of nutmeg, some garlic salt, thyme, poultry seasoning, rosemary and about 1/4 cup white wine and I added a bit of frozen peas. For the top crust I used Pillsbury crescent rolls. The flavor was so yummy, we really enjoyed this dish so much. I had made the mixture the night before and then made the individual bowls for lunch in the morning. It took just and extra 15 minutes in the oven. But next time I make this I would like it to have just a bit more juice to it. It had creamy flavor but I would of preferred just a bit more liquid so I would add a little more broth and wine. The wine really adds a very nice rich flavor to the dish. Thanks so much for sharing your lovely recipe vincy....We loved it....<br/><br/>UPDATE: Made this again and went with adding the extra 1/4 cup of wine with an extra 3/4 cup of broth which was an extra 1 cup of liquid to the recipe in all. Perfect...and I measured the seasonings I put in and it was a pinch of nutmeg and a tsp. of the other spices mentioned above. It made this delicious dish even more yummy, had the perfect amount of creaminess...I would also like to add that I had timed myself and it was all done and ready to pop in the oven in 30 minutes not an hour.... So if an hour might scare some people off ..don't let it...This recipe is so worth going for and can be ready for oven in the 30 minutes.<br/><br/>Just back to add my stars ...they keep disappearing !!!
Sooooo yummy. We were really impressed w/ this pot pie. I had one the other day at Marie Calanders, and I thought that this chicken pot pie was better than theirs!
Great recipe! I ended up doubling the batch and using bisquick for the crust in a 9 x 13 pan and I did not have half and half, I used evaporated milk and I forgot celery so I had to use celery flakes and it turned out fine just as well. Thanks for the recipe!
I added another 1/2 recipe to this and put it in a 13X9 baking dish. I put a rolled biscuit topping on it and put slits in it. I have had pot pie with pie crust but loved the biscuit topping a whole lot better
This was a great recipe! I was simple to make and tasted amazing. The whole family loved it. I made a double batch and was glad because the leftovers were fantastic. Next time I think I'll add some corn and peas for variety. Thanks for sharing such a wonderful recipe :)
I know, I know... SO naughty to "tweak" this recipe so much, but my goal was to clear my fridge of Thanksgiving leftovers. I reduced butter to 3 Tbsp, sauteed the veggies, added most of a can of condensed milk and about 1 1/2 cups of leftover turkey gravy from the fridge. I adjusted the salt and liquids and added my leftover turkey. Used puff pastry. Mmm! So good.
GREAT recipe, we loved it. We'll definately be making it again. We did add peas to the recipe, and next time I may add a bit more chicken broth/half & half to make it more creamy.
Add my raves to everyone elses. Made 1.5 recipe in a 9x13 pan. Used 3 12-oz cans of chicken breast from my shopping club and store-bought pie crusts. Added frozen peas with the chicken. All 8 women in my group went back for 2nds!!
Are the potatoes parboiled before going into the saute pan?
Wow! I saw this recipe last week and had some leftover turkey to use, so I thought I would try it. I used a little extra onion and used 1/2 cup heavy cream instead of the half and half. Also, I only had 3 cups of leftover turkey, so I used a small can of chicken as well. I also used a little less salt, a little more pepper, and I also added a little bit of oregano (sorry, I didn't measure it, I just what I thought would be good). Even though I used the same ingredients (except about 1/2 cup extra onion), I had more filling than would fit in the pie shells. I'm not sure why, but it worked out because I used the extra for something else. I will definitely be making this one again! Thanks for a great and easy recipe!
Delicious! The vegetables don't actually take that long to chop if you have a chopper. I cut the carrots down to 1/2 cup and add 1/2 cup frozen peas. I also replace the half-and half with 1 can of evaporated milk. I prefer it without the piecrusts, and just make biscuits to go on the side, although you cook bake the biscuits right on top. This is just an awesome recipe
Everyone loved it! I replaced some of the chicken broth with the juice that was left in the baking pan from making the chicken to try to bring it more of that home-made, rich flavor. I recommend letting it sit for 10 minutes after taking it out of the oven before digging in to let the filling firm up just a little bit for easier serving. Also threw in frozen peas at the same time as the chicken for a bit more color. The veggies definitely get softer in the oven, so no need to get them soft beforehand . I will CERTAINLY make this again as it has already been requested! Thank you for sharing!
This base recipe works great with changes like using puff pastry for top instead of pie crust, changing veggies added and using regular milk if out of half and half. I always freeze an extra one, saves on all the clean up.
Delicious! My hubby doesn't like celery so I swapped it out for some mushrooms. I would imagine broccoli would also work well. I will definitely be making this pot pie again and again. A classic!
YES Princessbride...use all crust on top...
I used a can of mixed vegetables instead of the vegetables called for in the recipe. I also added a teaspoon of pepper. We all enjoyed this but thought the gravy could have had a tad more seasoning in it.
Husband loved it. Half a recipe is definitely not enough for 2 adults and 2 toddlers. Didn't use any milk bc one son has an allergy. Still tasted great.
Awesome recipe! Will add to my favorites
doesn't really need another 5 star review, but it is such a great recipe! i used "Most Incredible No Fail Pie Crust" with this recipe and the two were beautiful together. i did put this in just an 8-inch pyrex instead of a 2 quart (9x13). it filled the dish to the brim, but i would definitely do it this way again. due to the smaller baking dish size, i also used one crust for the bottom and one for the top, to give it more of the "pie" feel. i thought it was a little too much crust, so will probably omit the bottom crust next time. had only half the needed amount of carrots, so added frozen peas to make the rest of the cup and loved that addition. dh really liked this one- it will be a repeat in our house and also a great dish to make for friends i take dinner to (when they have babies, are sick, other special needs).
Finally made this after wanting to for a while and it was really good. Should have known it would be with all the good reviews. Didn't have half and half so just used milk. Good, sure I'll make again. Thanks
This was scrumptious! My husband had asked for a homemade potpie and this recipe delivered. I followed the recipe, but added a couple of spoonfuls of chicken bouillion as suggested by another reviewer. The filling was creamy and flavorful; the perfect comfort food. 

This will be a new addition to my roster of favorites. Thanks, alc47.
Yumalicious!
Fabulous, made for my husband and inlaws and there was nothing left, and it is always a request when I say what do you want for dinner.
Very, very good! Thanks for sharing. I did use more chicken stock almost an extra cup and added peas with the chicken. Also, I roasted my chicken with oregano and garlic plus added chopped garlic with onions and celery. Yummy!
Great! Great! Great flavor and such an easy recipe to follow....thanks for passing it along!
Fantastic recipe and a keeper
Great pot pies! I used a whole chicken (used have the chicken for this recipe and the other half for another). I followed the directions exactly, except that I added a small can of drained peas and I used homemade pie crust. I made these in the pot pie tins and it made 6. I froze these before baking. When baking frozen pies, place on baking sheet and bake at 375F for about 50 minutes. These were awesome! I will be making these often, thanks Vincy!
YUMMY!!! This was time consuming, but well worth the time and effort. I was so proud of myself for making such a tasty dinner. My family really enjoyed it, And I'm making a double batch this weekend for the in-laws. Thank You so much for a delicious homestyle recipe.
made this for company. Omitted the bottom crust. Added sage. It was wonderful. Will absolutely make again!
Scrumptious! May take a little time, maybe, but is not too complicated at all. Very good trouble - result ratio. I used 2 chicken bouillon cubes and no salt and skimmed milk for half'n'half. Very rich and creamy anyhow. Might try some herb for change, like a little thyme or rosemary, or Herb's de Provence that has both and more.
I make this recipe maybe every other month!! The flavors are rich and perfect! I usually roast chicken or chicken breasts in the oven (with oregano, lemon pepper,lemon slices, garlic, salt, black pepper, and olive oil) the day before or that morning, and then hand shred it. I skip the celery since my brother nor my husband like them. I do the potatoes, flour, and broth/half and half steps. At that point, I add in frozen peas and frozen carrots. I mimic the spices I used for the chicken at this point (dried oregano, lemon pepper, salt, pepper, dried onion powder since I omit real onion). I stir in the chicken and let it get nice and creamy. I then use pot pie tins and cover it with pie crust. Into the oven at 400 degrees for about 25 minutes...perfect!!! I freeze most of the pot pies (I get about six out of the recipe when cooked and cooled. Then, when I want one, I bake it at 375 degrees for about 30-40 minutes. Soooooo gooooooood! Thank you so much for sharing the recipe!!!
Other than adding peas I made this just the same as the recipe. Excellent tasting pot pie that DD's and I enjoyed very much!
Great recipe - makes store bought stuff seem bad! I used fat free half and half and it was good. I also baked it in a 9x13 pan and used the crust only on the top. My kids LOVED it.
This was wonderful! Great taste and texture. My husband got a little over zealous in cutting up the potatoes, so we had more than two cups in our pie but it worked! Next time I'll use both a top and bottom crust because we like alot of crust. 
Thanks for a keeper!
This is a very good and flavorful pot pie. Make it yourself once and then vary the ingredients to your personal taste. I'm not much of a cook so I was very surprised it turned out so good.
Absoluetely delicious! My husband, who does not like chicken pot pie, rates this one a five! I used leftover rotissere chicken and added some garlic powder. So good!
I agree with everyone else. This pot pie is the BEST ever. I used whole milk instead of 1/2 and 1/2 and we still thought that it was plenty rich. I've tried for a couple of years to find a pot pie this good. Thanks so much vincy!!!
This was truly delicious. I had baked a chicken the day before I made the recipe. All the kids loved it as did the adults. The next day they were asking ... Gram do you have any of that chicken left over. Sorry not a crumb!
This chicken pot pie was THE MOST DELICIOUS I've ever tasted! Everyone LOVED it!!!! It sure is definately worth the extra time it takes. I added mushrooms as well. I cooked and browned the chicken with some olive oil, salt and pepper. I prepped the filling the night before and put it in the frig, then the next night I just (heated up the mixture) filled the pies, put them in the oven to cook.
This is my first time ever making chicken pot pie and I don't think I will ever look for a different recipe! This was perfect, my friends and I loved it! It was very easy and tasty! Thanks for sharng =)
Wow! This is fantastic! We will use an extra potato next time. Thought it was easy enough to make. We used our own dough and added a few dashes of marjoram, garlic and basil to the mixture. Can't wait to try again!
jerwoman<br/>oct. 22,2012<br/>made this for tonights diner - put in a 9" pie plate - piled sky high - beautiful YUM YUM YUM
I've made this several times and it is so bloody fantastic! I have been informed by my mother that unless I give her some I better not be making any! I have mini loaf pans and "line" the bottom of those with pie crust, fill it with the filling then top with another pie crust. Individual pot pies! Great for freezing and taking one out during the week when you don't want to cook anything. This is a keeper
This was fantastic! I have never made or even eaten chicken pot pie but I will make this again for sure! I did put a crust on the bottom, too and instead of just carrots, I used frozen mixed veggies.
I was looking for some comfort food and this sure was it. I did add mushrooms. Made my own pie crust. This is worth all the stars it has received. Thank You Vincy.
This recipe was AWESOME! It was the first time I have had chicken pot pie (*gasp*) and it rocked. My husband who is also a picky eater said it was the best he had ever had. Easy to make, came out perfectly and stood up well to reheating in a oven.
This was good and I didn't feel like it was too time consuming like some people commented. However, when I make this again I will add more salt, it seemed a bit bland as is.
I just made this for my family and they loved it!!! It was awesome and they're a fussy bunch. I also added a small clove of garlic into the mix and it was wonderful. Great recipe!
I added some rosemary and thyme and made individual pot pies, and it turned out spectacular. However, I froze two of the pot pies and baked them according to the directions given in one review, and they were much drier than the original ones. The originals were nice a juicy, but there was no juice left in the frozen ones. If anyone knows how to remedy this, I would love to hear it!
Gourmet food! That's what my husband said. This recipe works with other vege too, like brocolli, green peas, corns, whatever you have in your frigde. If you don't have all the stated ingredients, feel free to substitute it. Eg: Margarine with cooking oil or butter. Raw chicken? No problem, stirfry it with onion to give it extra flavor. I didn't have half and half, so i used 1% milk, and a can of cream of chicken soup, and 1 cup of broth. I threw in soya sauce too! Easy to make. Try it!
I keep coming back to this recipe over and over again. I make it exactly as written with the exception of measuring the veggies and chicken. I also seem to get 2 pies out of it. I always freeze the second pie after its done baking. Freezes very well !
This was a great reference to make a pot pie! I heavily modified it, but I made the roux based on this recipe and it was fantastic. I will be making this again for sure!
This receipe was absolutely wonderful! I am an amateur cook who was looking for something new and different, but yet easy to make. My husband loved it!
Excellent!!!!!!!!!!!!!!!!!!
I added a little bit of chicken base and some garlic salt for a little more flavor. But it was great. Its my wifes new favorite.
Question!! (Planning to make this next weekend) Do you put BOTH pie crusts on top? I tried Zmailing, but can't since I'm not premium. Thanks!!! I'll update this review when I actually make it!
This was delicious! I altered it a little by adding 3 slices of chopped bacon, poultry seasoning, thyme, and used phyllo dough for the top since I didn't feel like making pie crust. We look forward to the left-overs!
I thought it was a little bland. Needs some spices.
This is a great basic recipe for pot pie. The round numbers meant I could add and subtract veggies at my taste. Glad to have a solid ratio of butter to flour to cream/stock. Oh, I used heavy cream in mine because it's what I had. Very good review. Might make it another time with beef instead!
Have i not rated this i'm thinking?! Once I came upon this recipe a year or two ago it is the ONLY pot pie recipe i use! This is hands down the best, most authentic tasting and easiest (with real ingredients) chicken pot pie recipe there is.... just wanted to add my praise and say thank you for posting it :)
I agree with all. This is a great recipe. However, I like to keep things simple and also used the mixed veggies rather than all the dicing and I do not really care for celery in this fashion. I added a layer of sliced boiled eggs under the top crust. Not sure why but it seemed like a good idea at the time and was fantastic. Great comfort food.
really good, we devoured it!
Awesome! this was so good and so easy! Iwouldnt change a thing! everything was perfect! Thanks for the recipe!!
Yummy! Changed the celery for peas and added some phillo dough on top - perfect!
simply amazing! i am a huge pot pie fan and this is one of the best. i added green peppers and mushrooms, and deleted the celery. i also added some oregano, basil, and garlic to the cooking vegetables. it made a HUGE amount of filling and i only had one pie plate, so i filled it to the absolute brim and had about 1/2 cup of filling that i had to throw out. next time i will make two lesser-filled pies, or half the recipe. it baked perfectly and made enough leftovers for me to have two more meals. and it didn't really take too much time at all - the prep was maybe twenty minutes, and the cooking was at 45 - just enough time to take the dog on a long walk. after 240 comments, i think the recipe speaks for itself, but chalk up another 5 stars!
We thought this was a very good dish. I didn't use celery and I only used 1 pie crust. I also used skim milk instead of half and half because that was all we had on hand. After we ate this, I quickly made another one to put in the freezer. This really doesn't take much work using the fresh veggies. I did add some peas to it though, as I thought it needed more veggies. Thanks for sharing this delicious meal.
Wonderful and not hard at all. I substituted peas for the celery and used a 3lb rotisserie chicken. I will make this many times over. Thanks!
Made this tonight exactly as directed and was not very impressed. The filling was rather bland tasting, I think suggestions to add additional spices should be heeded. I've always used an eggwash for my pie crust but didn't this time so I could say I followed the directions exactly. I wish I had used it as the crust was crumbly and dried out. I'll be going back to my tried and true chicken pot pie recipe, I truly don't understand all the rave reviews for this one.
This is an excellent recipe. I have made it twice now. The second time I made a few changes. I omitted the potatoes, personal preference because I don't like potatoes with pastry. Also, I only cooked the vegetables for about three of four minutes. I found that ten minutes in the fry pan and 40-50 minutes in the oven made them too soft. I also added about a cup of frozen peas just before pouring into the pastry. Whole family loves this dish. Thanks for sharing!
This was absolutely delicious!! I followed the recipe to a T and found that it filled 2 9" pie crusts to the rim. If you want it really super full, you might have to double recipe, but it was perfect for me, my DH and 3 kids. I will definately be making again! Thanks
Very easy for someone who has never made pot pie! I used leftover chicken from a chicken I had made, and pre-made pie crusts. Also liked that it had no peas! I will certainly make again. Thanks so much for the great recipe!
When I told my dh we were having this for dinner he didn't say anything--usually a bad sign. Then he scarfed down what I served him and went back for seconds and then thirds!!! Hee hee! It's really good and satisfying on a cold day. I will definitely be making this again.
Just got done with dinner and both hubby and I are raving about this. We both love chicken pot pies, but it seemed like such a task to make one. This turned out to be super simple for my first one! Yes there is a little bit of prep that goes into it, but nothing more than what I usually tackle for a dinner. I did make some adjustments based on other reviews and personal taste. Used combo of butter and EVOO to saute veggies. Added 2 cloves minced garlic to last 2 minutes of sauteing. Sprinkled veggies with some poultry seasoning. Used 1/2 c hvy whipping cream (because I had it) and 1/2 c 1% milk. To thickened mixture, added 2 Tbsp sr cream, approx 1/2 tsp hot sauce (Tapatio) and about 2 tsp worchestershire. Added approx 1/2 c thawed frozen peas. Bought rotisserie chicken from the store and used whole darn thing in this (we like it meaty). To finish, I brushed ready made pie crust with egg wash and sprinkled with parmesan cheese. YUM-O!
this turned out great
This is so easy to make and had great flavor. I did use frozen seasoning blend (chopped onions, green and red pepper and celery)so I didn't have to chop. I poached my chicken breasts in white wine the day before and saved the broth. The next day just threw it together and it was a hit! Also thanks for all the comments, I always read them to see what other people have done to "tweek" a recipe!
I couldn't believe that chicken pot pie, this easy to make, would taste so good! I followed the recipe to "the letter"! Should be called the "MOST Delicious Chicken Pot Pie" I'm also going to try this with leftover roast beef! Thanks, Vincy!
I loved it, served it to my daughter's college friends. Perfect for a casual dinner. Made cornbread and soup as sides. Restaurant quality. Have to admit, I took some short cuts, used frozen veggies, did not seem to detract from quality.
Such delicious comfort food at its best! We devoured it in one sitting!
Yummy! My family loved it! And we have some picky eaters, but EVERYONE ate it up. It did take a while to prepare, as I made homemade pie crusts, but it was well worth it, and we will definitely make this again!!! Thank you for sharing a delicious recipe!
delicious chicken pot pie! I used the homemade pie crust
http://www.recipezaar.com/Homemade-Pie-Crust-13619 which was lovely and flaky along with the pie. modifications made: didn't actually melt the margarine, just cooked in in the pan with the veggies, and didn't have chicken broth (live in korea) so used beef stock (dashida) with 2 cups of hot water. also no half and half so used whole milk instead. Also mixed in a bit of meat scraps with the chicken and it tasted great!
This Chicken Pot Pie was the best Chicken Pot Pie I have ever eaten! I added corn and peas to mine. I wouldn't change anything in the recipie execpt add corn and peas to it. My 4 yr old loved it! I def. will be making this recipe again and again!
I took this down to one of our "lake house" trips with our friends. Even though there were 8 of us, I doubled the recipe (except for the chicken). I made Betty Crocker's Easy Buttermilk pie crust for the top, which everyone loved as well. I'm so glad that I doubled it, because there was none left! That's all everyone talked about was the pot pie for the rest of the trip. I've been told that it is now a mandatory staple, or I'm not allowed to come! If anyone is going on a trip...the vegetables work out great if you do it just a day or two ahead of time, as well as the chicken. I measured out the salt, pepper, and flour, and just dumped it in when I needed it. It was so easy just to heat it all up and throw it in the oven. Great recipe, vincy! I'm looking forward to trying out some more from you!
This is terrific - I've never been a big fan of chicken pot pie, but my boyfriend asked me to make one. I found this and we loved it. I'll be making it frequently from now on. thank you!
My DS's gobbled this up! I followed the recipe except that I didn't have any celery (thought I had some in fridge but boys had been snacking on it) and omitted the salt b/c I was using canned broth. I also used less than 1/3 cup margarine to cut down on the fat content. Nonetheless, the pie was delicious and the 'sauce' was thick and creamy and tasted great- and no flour lumps! I poured the hot and bubbly filling into a pie plate and covered w/ a single Pillsbury pie crust (from the dairy aisle). It was definately done in 30 minutes and the filling had overflowed. Next time I'll put a cookie sheet underneath to catch the overflow. I'm not giving it 5 stars because although the directions were very well-written and easy to follow, it took a lot of time to prep, and didn't 'WOW' me enough to cook more than once or twice a year. (My DS's would eat it every week if I'd cook it :-))
This was a great recipe! I made it for Sunday dinner with my family and it was a hit. I doubled the receipe to make it in a 9x13 pan and added peas. I will make this again!
This is by far the best chicken pot pie I have ever tasted!! my family thinks I'm a genius and we eat this once a week.
FABULOUS! I made these in individual foil containers from our local food store. It made 4, and I covered with basic pie covering. The only change I made to the recipe itself was to reduce the carrots a little and I added a full corn on the cobb (uncooked) It only needed to cook about 30 mins rather then the 40-50 listed. Eat up and enjoy :) YUM
It would be really convenient and efficient if you can please make the recipes printer friendly. I had to print 9 pages of useless information just to get the recipe.
This is a wonderful recipe and one of only a small handful of ones that I refer back to over and over again. I always double the recipe and I have enough for 2 pot pies and 2 meals of chicken &amp; dumplings. I usually add garlic salt or powder, frozen peas, and I use pre-made pie crusts for the bottom and cover the top with puff pastry. It's so good. Even my pickiest of picky eater kids like it. Bravo!
OH MY GOODNESS...easy, homemade tasting and I will make over and over again...we will make double for 2 days worth!
I was looking forward to this dish but I must say I don't think it had any flavor. It was very creamy but bland. Sorry. Won't be making again
Wow what a recipe...I did not even think I liked Pot pie....This is a real winner...I did change and instead of doing carrots I added a 10 oz pkg of frozen mixed veggies with the potatoes and celery....I will be making this for my sunday dinners for the family this winter for sure.
This was really good! My family loved it. Total comfort food. Thanks for posting.
This was YUMMY, best I have ever made. Before I put into the pan I added a bit more broth because it looked a bit thick. It should not have the thick consistency of a pot pie would AFTER the oven bake, it shoudl be slightly runny.
I have to agree with everyone else this is a most excellent recipe. Very versatile. The only thing I did differently was used cornbread at my crust. With 7 kids running around I didn't have time to make a pie crust. I also added a little chili powder to the corn bread for flavor. I will make this again but will add some spices to the thickening. Is a keeper for my family. Seven Thumbs up!!
My first chicken pot pie 'ever' and it turned out great. Even my picky little eaters ate it all and hubby agreed it was definitely something to make again.
It was easy and most ingredients I always have at hand, so it's a great dish to make when you don't know what to make for supper.
This is a delicious chicken pie! Instead of celery and chopped carrots, I just threw in a couple of cups of frozen mixed vegetables in with the potatoes - this cuts down on the prep time and I don't always like the taste of celery with potato. I made my own pie crust and put it on top of the mixture which I had placed in a casserole dish so it was more like a pot pie. I've tried lots of chicken pie recipes but this one is our favourite!
I'm not a pot pie fan (and I'm still not a convert) but if you do enjoy pot pie, you should try this. It left a bit of an after taste as someone else had mentioned. Good nonetheless.
This took me a little longer than I anticipated to prepare and make (I am a novice cook), but it was well worth the effort. It came out perfectly and we both loved it. Great comfort food - we couldnt move for a good while afterwards! I will def be making this again!
Great recipe -- and although there is quite a bit of chopping involved, overall, its pretty easy cooking! Having now made this 3 times, I've decided that it turns out best when I leave the vegetables a little on the larger side for "diced" and keep the saute time right at 10 minutes. The first couple times I made this either my veggies were too finely diced or I let them saute a bit too long, because they reduced to the point of being almost indistinguishable in the final cooked product. I also double the recipe and throw in one regular size can of whole kernel corn (DelMonte's no salt added) - which gives it a little "crunch" when its done. Overall -- a favorite with the whole family and just one of those recipes you want to make on a cold winter's evening in Michigan! Thanks for sharing!
This has to be one of the most delicious things I have ever eaten. I can't give it enough stars.
I almost followed this recipe exactly and found that it was great! It is rich and creamy and full of flavor, my husband and I ate way more than we should have. I left out the celery because I hate celery and opted to use a frozen bag of mixed veggies (peas, carrots, corn and green beans) to avoid all the chopping and add some more textures and healthy bits. So I just cooked the potato and onions together until almost soft. Followed the directions exactly and then added the mixed frozen veggies in step 7 when you add in the cooked chicken. I just added what I thought was "enough" and everything looked chunky and well proportioned. I wasn't sure if I was supposed to have a bottom crust so I made mine with a top and bottom and it came out great. If you have left over chicken or perhaps pick up a rotisserie chicken and use the frozen veggies like I did, prep time on this recipe is about 20 minutes, which is awesome for a home made pot pie.
This was SOOO tasty! Yes, it took some prep time but turned out delisc!! I will most definitely be making it again...maybe even for my husband's family...it's that good! I didn't use celery as I'm not fond of it but just increased potato, onion and carrot. I might try adding frozen peas next time too.
agree this is the best ever recipe i have ever tried, and now it will be the only one for a family dinner of pot pie. 

variation: i suggest substituting 1/3 cup white wine for broth, and adding two pinches of herbes de provence. 1/2 cup finely diced ham is also very, very nice if you are not jewish, but the recipe as-is is simply outstanding.
I made this tonight for myself and my 2 teenagers. This was only my second attempt at making a chicken pot pie. It was very easy to make and turned out delicious. My next one I will tweak a little bit because it was drier than I like and needed a little bit more salt. That could have been my fault because I added 2 cups of potatoes instead of the called for 1 cup. I also may try a crescent roll crust or possibly a puff pastry top. My husband is a vegetarian so I may make it for him by substituting the chicken with a chunk style vegetable protein, or maybe even shataki mushrooms!
AWESOME! I am fairly new in the kitchen so I was not sure I could pull this off but it came out great! I followed the directions except I added a can of no salt peas and a handful of chopped mushrooms. SOOOO YUMMY! Thank you for the recipe this is a keeper. Comfort food at its best!
I have made this twice now since discovering it only about 3 weeks ago. Hubby adores it and so did his friend who had called over when I was making it. A total winner and will be made again and again. I substituted the celery with peas because DH doesnt eat celery.
My family loved this.
This turned out to be one of the best pot pie recipes I have ever made. I doubled it and it came out wonderful. Tasty, creamy, delicious.
The whole family really liked this!
Except for substituting regular milk for the half and half, I made the recipe as written. I doubled the sauce part though because my kids like a saucier filling. Oh, I also added a bit of paprika for a little zing. Like the name said, it was a delicious chicken pot pie, one we will make a lot from now on. Thank you for sharing.
First of all, this recipe is gorgeous.
This was my first chicken pot pie and the family loved it!! it was delicious will definetly make again....
My husband said this is definitely a keeper! Rare for him! I improvised a little, using 1% milk since I had no half and half. Also added thyme and garlic salt instead of salt. I partially cooked some mixed vegetables to add with the potato. Delish!!!!
I have already made this several times and love it more every time! I'm not a big fan of cooked celery, so I omit it and replace it with frozen peas. I just add them towards the end of the 10 minutes of initial cooktime so they don't get mushy. I use store-bought pie crust and it works just fine. I usually end up cutting down the oven time to about 20 or 30 minutes, otherwise the crust tends to get too brown for my liking. Wonderful meal and definitely worth the effort.
Just made this for supper and it is a keeper !
Great recipe! Enough said!
I followed the recipe exactly, except during the last 10 minutes of cooking, I brushed the top crust with a beaten egg - just to give it a "glazed" brown look with a little bit of crunch on top. It turned out beautifully. This recipe will become a regular in our home. Excellent flavor, beautiful to look at and very filling! Thank you for sharing!
Everybody loved it!
This ChickenPotPie is delisois.
This was wonderful! I doubled the recipe to feed my large family and they all just inhaled it. This is definitely a new part of my regular menu.
I have made this several times now, but I add sage, celery salt, poultry seasoning to the mixture. After the crust is in place, I'll place slices of butter in scattered spots and put additional seasoning on the butter pats. It just gives the crust a more savory and buttery taste!
I left out the potato, subbed the margarine for oil, use 4 c. rice cooked in veggie broth instead of the chicken, and subbed the chicken broth with veggie broth and the half and half for soy milk as well. We were pretty happy with this, though I may add in more pepper and other spices next time and swap out 1 c. of the rice with another veggie -- peas probably. Thanks for sharing!
Yeppir - that is one fantastic recipe - Hubby has been raving and I think it's just great. Will be making this one often!!
Thank You
Best chicken pot pie ever!
Ok I made this..I have the mini pie pans so it was quite fun to do. I delivered a couple to hubbies work. He called me up and wanted to know were I bought such tasty pot pies..Of coarse I had to laugh. When I told him I made them he was so excited. "I thought they tasted to good to be store bought but if they had been from the store we need to keep buying them" hubby said. LOL Be making these often and ty for sharing
This was a good recipe, but it was kindof bland as it was. I'm glad I tasted it before putting the pie shell on top. The recipe itself certainly was FAR EASIER and less time consuming than the one I have now... but it needed a little ummph to it. I added more salt, garlic powder, and nutmeg. Nutmeg is a MUST in chicken pot pie... i know it might sound weird... but trust me and try it. Just a tiny bit is all you need. Plus I added about 1/4 cup of sherry to the mix. With those small changes, this is a 5 star recipe...... Thanks for giving me a bit of an easier time preparing it!
This was so creamy &amp; delicious. Just the recipe for which I searched. I combined leftover fresh green beans with frozen mixed vegetables to make 2 cups. Added the diced potatoes after adding the chicken so they would not become lost in the sauce. Used butter instead of margarine, &amp; thickened the sauce with gluten free flour. Made 6 pot pies using ramekins with Pillsbury gluten free crust in the bottom prebaked, then topping with crust. I will make this again!
I was in a hurry so I just cooked the pot pie filling and served it over creamy mashed potatoes. Once again I am the best cook in the world. :-) Thanks for helping me get there. Bella
this was super good! good and filling for a cold winter day! I actually baked it in a pie crust with the other crust on top, instead of in a dish. I also added some frozen corn and parsely.
This was sooo good! I've been looking for a good recipe and I know I've found it. I did add just a little frozen corn & peas, but everything else was added. The food dissapeared in an instant. I only had enough leftovers for a slice the next day...and I only cook for 3, lol..Great recipe..
Excellent recipe! My husband and children were BLOWN AWAY! I cook a lot, and most of the time they enjoy what I cook, and I think because I've spoiled them to good food, not often do they go on and on and on about how delicious something is...with this Chicken Pot Pie they've not stopped talking about it! Easy recipe to follow, no need to change a thing. I made it in my Pampered Chef Deep Dish Pie Plate, so it was not only yummy, but looked very pretty too! Thank you bunches for sharing this recipe!
Fabulous! Added a bit of sage, thyme, and basil, and used milk instead of half and half...came out delicious. Next time, I'll make my own crust--the store-bought pie crust was a little too sweet.
This was OUTSTANDING! I have been craving a chicken pot pie, and I wanted a really good one, this was it! I made my first home made pie crust, (why is it so hard?) But I just gave myself over to the experience, and didn't stress about how it turned out, and it was GREAT! It was worth every bit of effort! I also wanted a 2 crust pot pie, but I was afraid the bottom crust would be soggy, so I brushed it with egg white before filling and baking, and it was perfect! The only change I made was I used heavy whipping cream, because it's what I had on hand. I used 3 stalks of celery, 3 carrots, one large potato, and one large onion, and it was the perfect amount. I also found the filling needed a bit more salt, but that was just "to taste". I can promise I will make this again, and again, Thank you so very much for sharing this recipe!
The technique of putting 2 pie crusts on top was an interesting and excellent alternative to a 2-crust pie (one on the bottom and one on the top.) It avoided the sticky gooey bottom crust problem, while still giving you 2 crusts. However, the amount of flour in the sauce thickened it to the point of making it disappear as sauce and turn into goo. I highly recommend either increasing the liquid or reducing the thickening flour. I think the flavoring could also be improved with some thyme and/or garlic. It was pretty bland. I&#039;m going to try some of the other pot pie recipes here before trying this one again (with the tweeks I recommend.) I&#039;m hoping I can find a better recipe next time.
Excellent basic pot pie!
This was amazing! I added garlic powder and some crushed dried rosemary to the filling and I would highly recommend that. It became a family favorite after one bite!
Mmm made this for dinner today, really delicious! Well worth the time it takes. I made my own pastry and added bacon and mushrooms. Great combination. Other than that I followed recipe exactly. Will make this often during the winter months. Thanks for a great recipe.
The only other thing I can add to the previous reviews is that this freezes really well. Just assemble it and freeze it before cooking it.
Craving comfort food tonight even though it is really hot here. This is really quick and easy to make. I added peas and fresh rosemary and thyme. I loved that this recipe doesn't call for cream soup! Didn't peel the potatoes which I prefer. Please don't let my mother know I used pre-made pie crust. LOL. Thanks for posting.
Yummy! is all I have to say about this.
This is an awesome pot pie! We love it! I didn't use all the onions and did not use any celery, as celery is not popular here! I also added peas, as we love peas in our pot pies! I also used fat free half and half to cut some calories. MMMMMM!
The best chicken pot pie I have evr made or had. Wonderful flavor! Thank you
Have made this recipe twice in the last week. Second time, I added 1 cup of frozen peas and some garlic for a little more flavor. The fact that I made it two times in a week speaks for itself, the entire family loved it! Thanks for sharing an awesome recipe, Vincy!
I have not made this yet but can not wait. I will use precut and sliced vegies from local store and prepackaged chicken and just add all the extras plus I want to make extra so I can freeze pot pie mix then thaw and just throw in a pie crust in case company comes over. Can not wait until I make this tomorrow!!
So delicious!!! Every time I make this, everybody who has a serving tells me how amazing it tastes. Even my friends who don't like celery or carrots will eat them up in this pot pie.
I added 1tsp parsley, omitted celery, and used skim milk. Super yummy, although it does take some time (especially if making own crust).
Hands down, best chicken pot pie of my life! I used Recipe #26205 for the pie crust (which turned out swimmingly-- I recommend it if you're making your own crust). I only had 2 cups of chicken, but actually prefer less (better vegetable-to-chicken ratio, in my opinon). So next time I make this dish, I'll probably use 3. I also added a teaspon of thyme, as others suggested. I wanted to enjoy it on a cold winter day, but since I live in Houston, I had to settle for temperatures in the high seventies and 88% humidity. Oh well, it was scrumptious nonetheless!
The best chicken pot pie I ever had.
Great recipe. I like to top it with canned biscuits and then bake it. I know this probably "ruins" it for some, but my husband likes it and I didn't have any pie crusts.
absolutely fabulous, better the next day! Will be a staple in my home!
This recipe was very delicious and easy. Im only thirteen and i did it myself. I used broccoli instead of celery because i dont like celery. it tasted great and i have already made it 2 times and i will definately make it again.
I have made this dish many times and can't recommend it enough. It is some amount of work so I always double the recipe as it freezes well. My family loves it and teenagers come over when they know there are left-overs. One change I have made to create a healthier dish is to use coconut oil instead of butter. I increase the veggies recommended as well as add peas at the last minute. I only make a top crust which cuts down on some of the fat.
This will now be a staple at my house. Very Good.
SO SO SO good!!! We used turkey breast instead of chicken, because that's what they had prepared at the grocery store, and I don't like cooking chicken. The fresh veggies we used were celery, carrots, onions, and a can each of peas and corn. After reading reviews, we added some poultry seasoning to give it a bit more flavor. My husband really wanted puff pastry crust for the top. It was good, but I missed the 15 minute timer, and the puff pastry was overdone. I will have to watch more carefully next time. For a bottom crust, I used my MIL pie crust recipe, and it was delicious. We made 4 cocottes and a 7x11 casserole dish. There was a little left that didn't fit in the dish, but that's what my 4 year old ate. She found it less offensive without the crust. I had some as leftovers today, and I'm excited to have MORE leftovers for dinner!!!! YUM!
This was excellant! Not to hard just a lot of prep work. I made exactly as stated and it turned out wonderful. This was my first attempt at chicken pot pie so I was definately pleased. Thanks!!
OH. MY. GOD. I have only ever had chicken pot pie from the frozen food isle at the grocery store... This was AMAZING! This recipe is a keeper. Thanks so much!
This is the best recipe. My family loves it. I've shared it with my friends and thier families love it too.
I had only ever made the chicken pot pie that uses cream soup and Veg-All - which is good, but not my pesonal favorite!!! I cooked 3 large whole bone-in chicken breasts - took out the chicken and cooked my diced potatoes and mixed frozen veggies for about 10 minutes in the stock - I sauteed my onion in the butter, added the flour and skim milk (instead of cream) - thickened it and then added it to the stock/veggie mixture. I then added my cooked chopped chicken - poured it all in a greased 9x13 and topped with 2 crusts (Pillsbury unroll and bake). I used a bunch of spices to taste. We really liked this, and it made a TON!!!! I didn't really measure anything.
I HATE (strong emphesis) store-bought chicken pot pie and had never had any different. I never knew why I hated it- I like all the basic ingredients... so... I had to give this a try- based on the reviews. Well, just as everyone else came to this conclusion: This is not only the BEST chicken pot pie EVER, it is my NEW FAVORITE DISH that I will continue to make again and again. :) Thanks a bunch!
Perfect!
This was great! We really enjoyed it. I made a change by using frozen mixed vegies instead of just the celery and carrots. Also skim milk instead of the half and half. Then went ahead with all the rest of the recipe exactly. Everyone loved it. Thank you.
Awesome! I used frozen veggies instead of fresh, but tasted no difference. I used milk instead of half and half because we have some dairy allergies in the house. I also used chicken thigh meat. I boiled the meat and used the leftover water as broth. It was amazing.
Absolutely one of the best recipies I have ever tried. It will become a staple in our household!
This was a delicious recipe. My husband just loved it. I wasn't sure the potatoes would be fully cooked, but I decided to prepare the recipe as directed and to my surprise the potatoes were perfect. I'm a potato aficionado. Thank you for posting this one.
I so used this recipe yesterday and i'll never try a different one for pot pie again!! This one is a keeper!!!
OMG-so good i have been looking for a good chicken pie recipe for ages THIS IS IT-only thing i did diffrent was used chicken noodle soup mix instead of stock
Thankyou for posting Vincy bramblett
The absolue BEST chicken pot pie I've ever had! And my family agrees!! It did take some effort and time to make it but it was worth it! I will probably make this the next time we have company!
Very much like my Mom's. Since I didn't have any carrots, I used 1 1/2 cups of frozen mixed vegetables which worked fine. Thanks for sharing this recipe.
Divine!!! I made two pies and everyone ate them up. I used my own pie crust and it just made it so authentic. Just like someone's grandmothers recipe! It was so good, its on our menu plan for next week too!! Thanks so much for sharing!!
This was so good! The sauce was very creamy and smooth. I ended up using crescent roll dough placed on the top instead of a pie crust. It was very good but I had to saute the veggies for a bit longer because the dough cooked quicker. I also added some minced garlic while sauteing the veggies and I added some rosemary and thyme like a few others have suggested. We will be making this again, Thank you!
This is so yummy! I even forgot to add the butter until after I had added everything else to the pot, but surprisingly it didn't come out tasting "floury" at all. I divided mine amongst two 1 1/2 qt. baking dishes and froze half. Although the (premade) pie crust was too big, it worked out nicely to just roll the sides into the dish, making for a thicker crust around the edges. We'll see how the frozen one thaws and bakes in a few weeks. Thanks!
this is the best pie ever. my family loved it.no leftover. thanks so much for sharing.
Great comfort food that was really yummy!
This was so good. I normally cheat when I am making pot pie to save time. I am so glad that I decided to take the extra time. This recipe was so good and my husband said that he loved it because it "taste real". Very good! Thanks!!
The crust in the picture doesn&#039;t look like pie crust. Did I miss something in the recipe?
Decadent! Awesome! And I haven't even tried the finished pie yet (just the sauce) :) I used leftover turkey from Thanxgiving, skipped the celery bc I didn't have any, used heavy cream instead of 1/2 and 1/2 (what I had on hand), added between 1/4 and 1/2 tsp of Thyme per other reviews and about 1 cup of frozen peas. I plan on packing it all into two sets of two pie crusts from Trader Joe's so it will make 2 full chicken pot pies with a pie crust on the top and bottom of each pie. Wow! Thanks Vincy!

ETA: I fit all of the filling into one pie crust in a pie tin - mounded it on the top, but fit it in - and topped it with the second crust and it was perfect. I had maybe 1/4 cup left over and the baby and I shared it for a snack.
Very Yummy, though the two pie crusts on top was a little odd. I am pretty sure one should have gone underneath but that was not the way the recipe was written! <br/><br/>I reserved my sauted veggies and added a little more butter to the pan, then the flour to cook off the raw taste and only used about 1/4 cup flour. I then added the stock and cream and got out any lumps before adding the veggies back in with the chicken. I also added some sage for extra flavor per some of the comments I read. <br/><br/>I wish I had made my own crust, but I was going for easy tonight and had two frozen crusts in the freezer. The only drawback to this was that they had a slightly sweet taste, but were otherwise very good. <br/><br/>I will be making this again and tweaking it to match my tastes. I like the inside to be less dense and more soupy... oh and the crust going all the way around. :)
Very Good, I used 5 chicken breasts cubed and 2 chicken buillion cubes in place of the stock. I also used milk instead of half-and-half since I didn't have any. I made the simple pie crust listed on this sight. the one you make in the pie dish. it only has like 3-4 ingredients and spread over the top of the pot pie was really good!
OK I know I'm way down the list to rate the one, but I do have to tell you it is truely one of the best CPP's I have ever had. I did add 1/2 c peas, a small amount of corn. When it came to adding the chicken I cubed it, and grilled it slightly with rosemary before adding it to the mixture. p.s. I did cut back on the celery.
Enjoy Thomas
This is the second time we've had this and I'm only just getting round to reviewing it. We loved the rich, creamy taste of this pie. Also, it's a great way of using up leftover chicken. This is a recipe I will be using again and again. Thanks.
I didn't have any pie crusts on hand, but I did have 2 cans of crescent rolls, which worked fabulously! It turned out very nice looking, too. I just altered the cooking time and covered the crescents with foil. For the filling, I added green peas because that is what I remember from all pot pies as a child. The filling was a bit floury, so I added a little chicken powder which perked it right up. Also, I sauteed my chicken breast pieces in a little EVOO and added some garlic. That really added to the taste of the filling! Overall, a great recipe. We aren't big pot pie fans, so I'll continue to make 1 or so a year as I always do, using this recipe.
This was a wonderfully easy and tasty meal...We ended up adding in a the garlic and herbs recommended by other reviewers and it was yummy.. My Fiance was very hungry when he got home so we ended up not doing the pot pie part and ended up having it over pasta instead. But we will be making this alot!!
 A supurb recipe with downhome charm !! Not a thing needs to be changed to WOW family and friends however, I do like the addition of peas as suggested.I always bake these in individual ramkins as opposed to one larger dish since I now just cook for two. I have found they freeze perfectly. Besides making this recipe for family I recently served these for a football dinner party my husband held in our home along with warm,fresh home made bread ( made from my secret recipe: store bought frozen bread dough ~grin~) and a salad. The men present raved and requested I make them for the next game. Thanks for a great recipe Vincy !!
This was a 3 star for me but that is my fault. I think I put way to much chicken. I used three really big pieces of breast and added peas. There wasn't enough cream for me. I ended up putting it in my casserole dish with one pie crust on bottom and one on top. I tasted the cream before I put it in and it was very tasty. So I think I will have to try this one again. My husband said it was really good. My friend came for the last of it and she thought it was good too. So I guess I am just picky. My husband said this one has to stay in rotation.
This recipe is awesome! I've never made a chicken pot pie before and this was VERY simple. I made it for my boyfriend and he said "Hands down the best chicken pot pie I have EVER had" and I would have to agree with him! It took longer then I anticipated to prepare, but every bite was well worth it. Great recipe for beginner or veteran pot pie makers, defiantly give it a try!
This is without a doubt the best chicken pot pie I've ever made or eaten in my life!!! My boys said, "it was da bomb", (meaning excellent). I had to double the recipe to make a big 9 X 13 pie to feed my gang, so I had alot of work ahead. I did all the prep work (minced the onion, peeled and diced the potatoes and carrots, and diced 1.5 lbs. of chicken breasts then cooked them in 2 cups of broth and a bay leaf) the day before then refrigerated it all until the next day, when once I made the top crust, it was a snap to do the rest. I just had to cook the already peeled and diced potatoes/carrots, warm the chicken in the micro and make the sauce. Ohhhh so delicious!!
This made a really great pot pie recipe. I was in a hurry when I made it therefore I did not bake it. I had the chicken cooked as well as the potatoes. I simply sauteed the mixture as instructed then added everything together and served with biscuits on the side. I also used 8 oz of evaporated milk instead of half and half. I also upped the pepper and salt to our liking.
I have made many pot pie recipes and this one takes the cake (I mean pie!). I used milk instead of half-and-half and butter instead of margarine and from scratch pie crust. This was yummy good!
This is truely delicious!! I will not make any other chicken pot pie from now on. It's easy to throw together and heats up great for leftovers. Thank you so much for sharing this wonderful recipe vincy.
We loved this pot pie. I followed other reviewers advice to perk up the flavor of the sauce. I added 1 t of minced garlic, 2 T of chopped parsley, 1/4 cup sherry, 11/2 t. Poultry seasoning and a sprinkle of paprika. I used purchased refrigerated pie crusts and ended up making 2 casseroles from all of the ingredients. The extra is in the freezer!<br/>I will definitely try this again.
This was outstanding and easy! Makes quite a nice presentation, too. I added about 3/4 cup of frozen peas to the mixture just before baking. Thanks for a wonderful recipe!
My husband was very impressed. This pie looks great and tastes even better. It is excellent. I bought a roasted chicken at the grocery store and took all the meat off of it... yes I cheated (don't tell my DH). I also did some of the prep ahead of time. Thank you. This has been added to my keeper folder.
so great! i've made this at least 3 times (without the crust, because i'm a little lazy). it tastes great every time and freezes well!
This is an amazing recipe! It takes a littele time, but it is very easy to make, and is very delicious. Even my dad, who never liked pot pies, absolutely loves it. Everybody always goes for secconds.
I made this tonight - the only modification I made was that I omitted the celery. I was planning to sub frozen peas but I forgot to put them in!

It just fit in an 8x8 pan. It was DELICIOUS. My husband said this is among the top 5 dinners I've ever cooked. Thanks for this great recipe!
This is fabulous. I also used milk instead of half and half and it was great. The second time I made it, I used store bought pie crust...what a disappointment! This needs to be made with homemade pie crust! Makes a lot! Great as leftovers too!
Vincy, honey, if you held this recipe ransom, I'd think we'd have some negotiating to do. Like another chef said, it's the potatoes that makes the difference. Home cooking at it's best from over 300 test kitchens!
This was really delicious. I subbed a few things (family prefernce) and added some seasoning- but left it basically the same. I also baked it in an 8x8 glass dish, with one crust on bottom and one on top. A good homemade crust really puts it over the top. Excellent comfort food. Thank you for posting!!!!
It was delicious! This was the first time for me to make a pot pie...the instructions were very easy to follow. I had some puff pastry that needed to get used so I used that for the top and bottom crusts. Next time I'm going to use lower salt ingredients, make the pie crust and maybe add some mushrooms, peas and whatever else comes to mind. Thank you for sharing : )
Taste wise...this was pretty good! I'm Vegan so I only used vegetables. I did have one BIG problem though...too much liquid! The last time I baked this I only used 1 cup of vegetable broth and 1/4 cup cream and it held up nicely. This round when I cut into it everything oozed out and that's not good. So, I'll be sure to use less next time. I do have to recommend that it's important to use celery. It makes such a big difference in flavor. One last thing, considering there was too much liquid it did hold up in the refrigerator overnight.
This was delicious! The only things I did differently were to add a bottom crust (which I pre-baked for 10 minutes so it wouldn't be soggy) and I added frozen mixed veggies at step 7 when the chicken gets added. I just kind of eyeballed it. I sauteed the potatoes and onions alone in the beginning. It is definitely a keeper! Walk away after your first plate or you will eat way more than you want too!
Made as directed, except I added in about 1 c. frozen peas too. I just ran hot water over them to unthaw them, then added in with the other ingredients. We LOVED it! Thank you for sharing!
Awesome - thanks!!!
this was was great. My family and I love, love, love it! I added more potatoes, because I cant ever get enough pototo, I added some frozen petite peas and corn. I also added a couple of bay leaves, because that is what my dear friend mrs. chance suggested. Depending on my mood I add spices like basil, majorum, thyme, celery seed,or sage. I double or triple this so that I can freeze a pie for another meal. I also have made this recipe and topped it with biscuits. This recipe is SO GOOD that the word spread about it and I have people friending me on facebook, just to find out where to get the recipe LOL :)
This is the best pot pie I have ever had. I didn't have any chicken so I just made it into a vegetable pot pie (I added peas also) and it was still awesome!! I made a homemade crust to go with it. This was so easy to make and really cheap. This is def. going to be a keeper in my house!!
Outstanding! My entire family enjoyed this and asked for seconds! Thanks!
